Bréfritari: Benedikt Hálfdanarson
Dagsetning: A-1904-06-21
Skrifað á: Vesturheimi

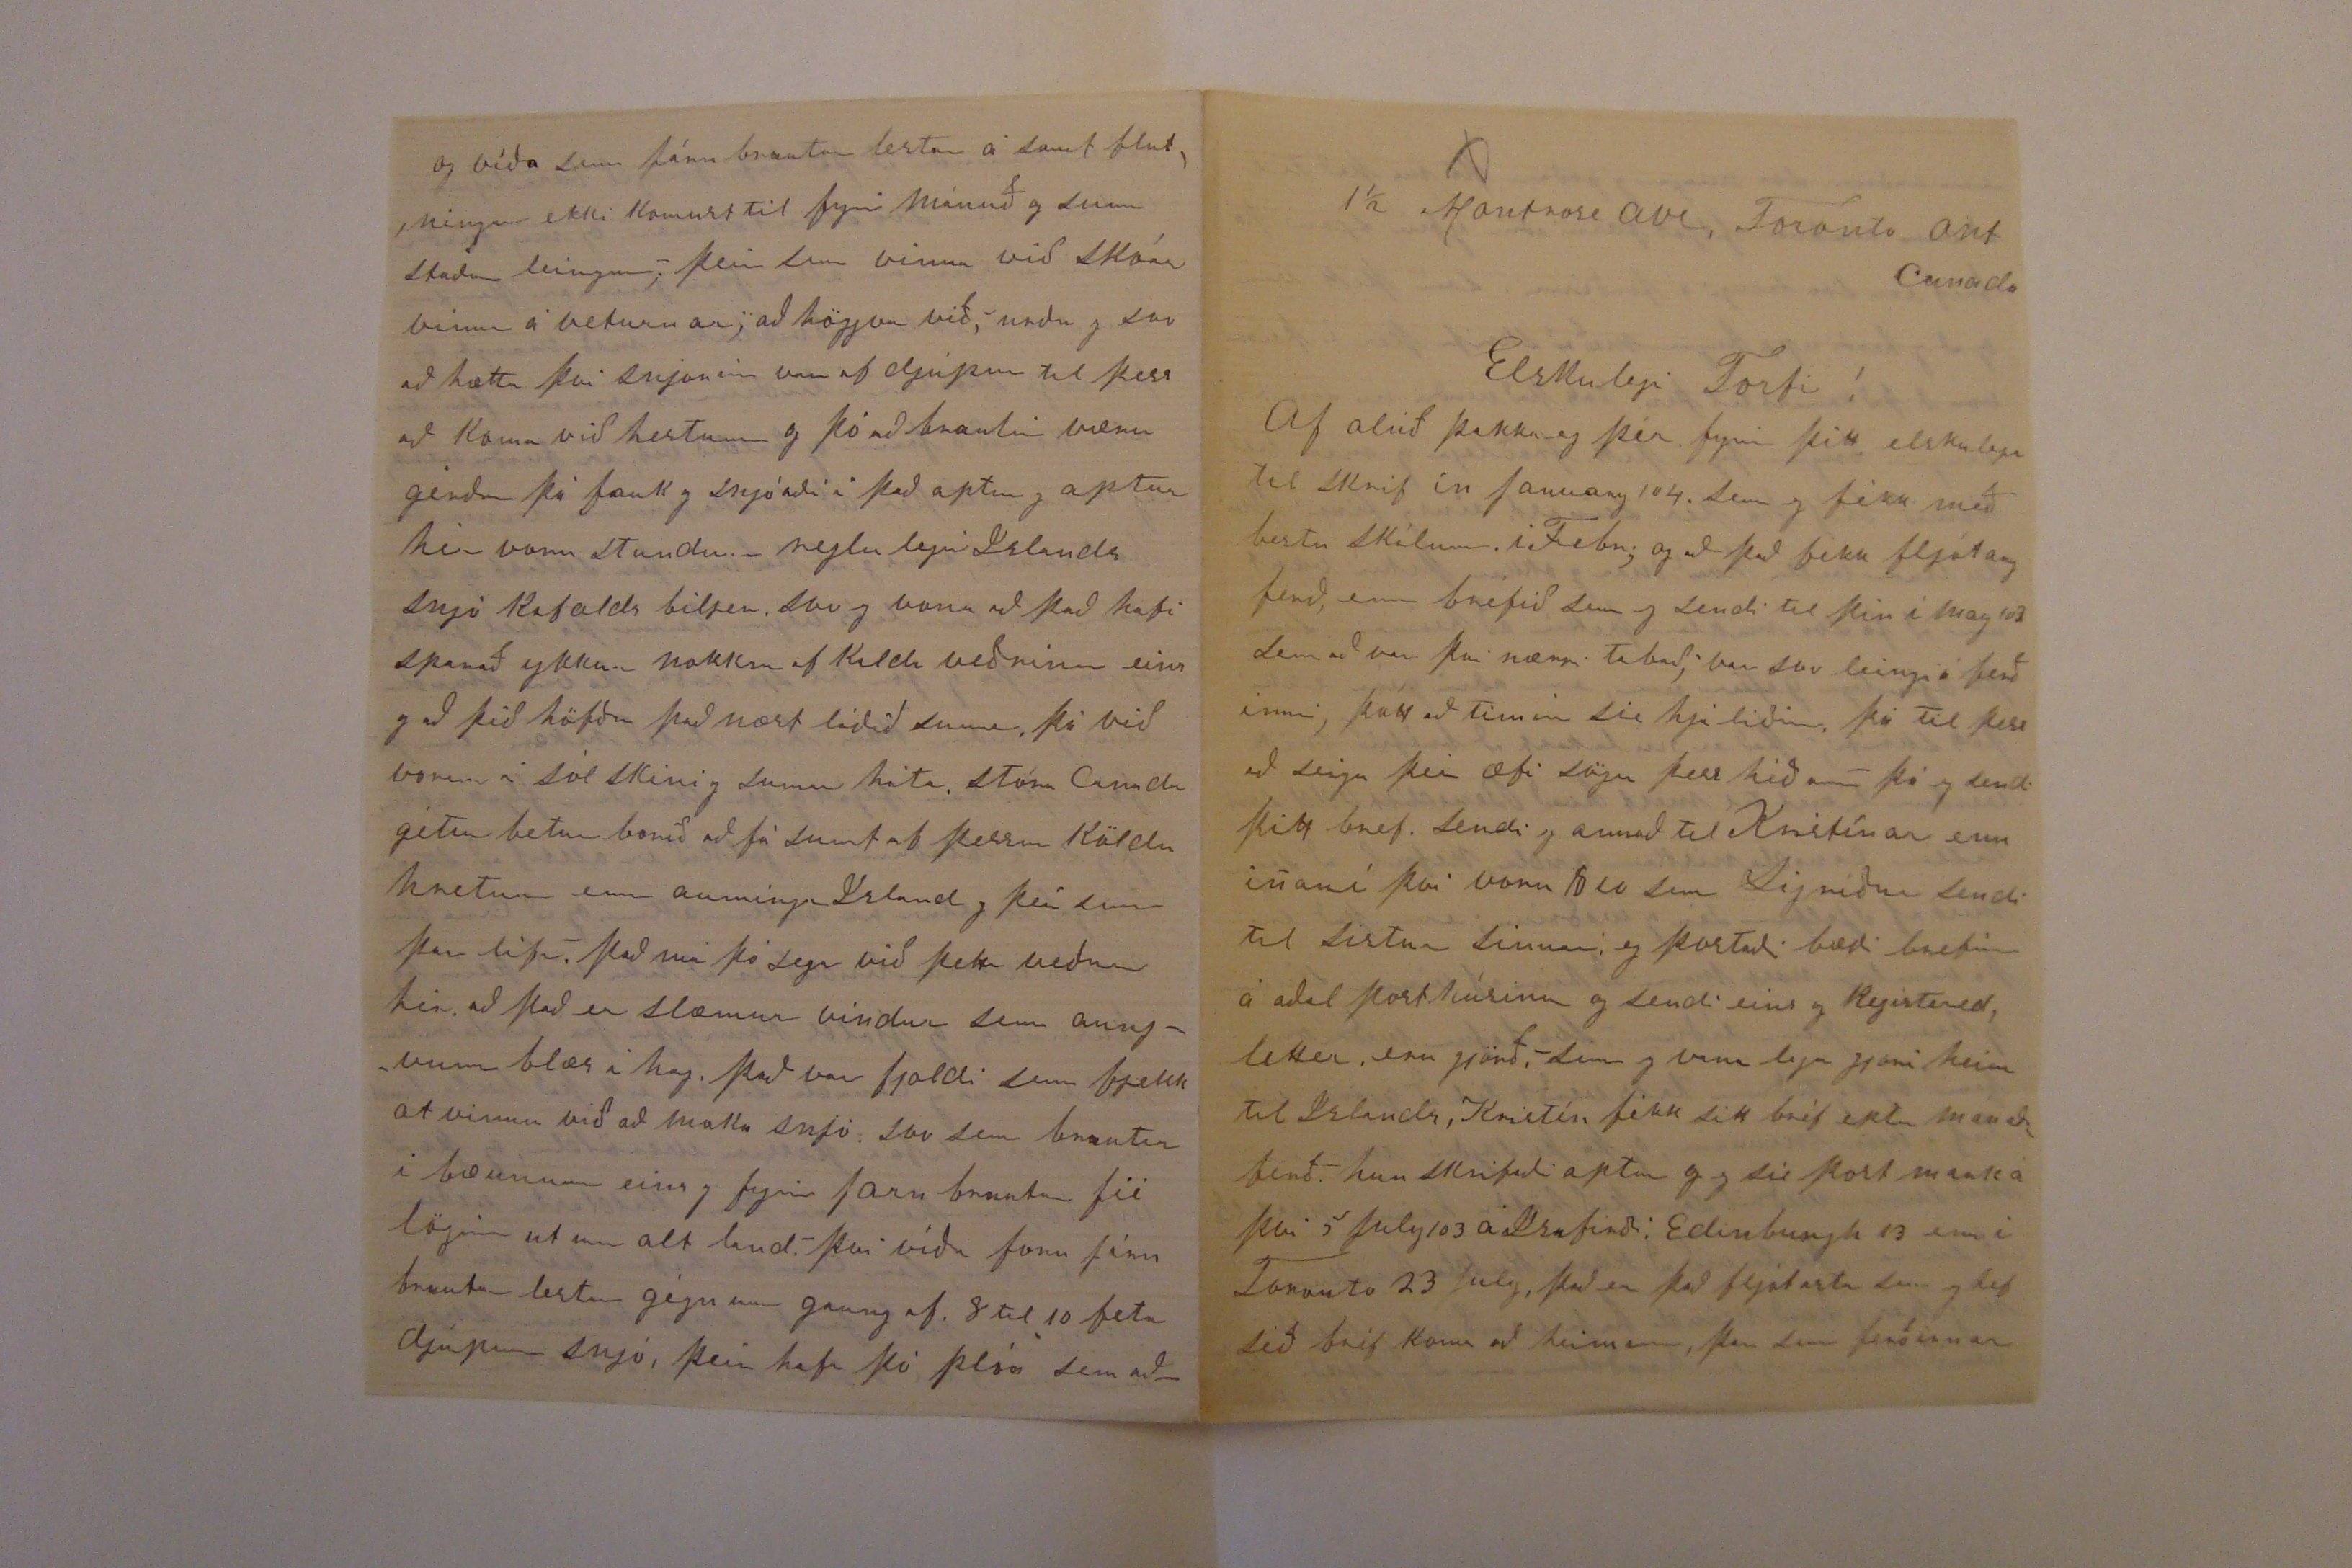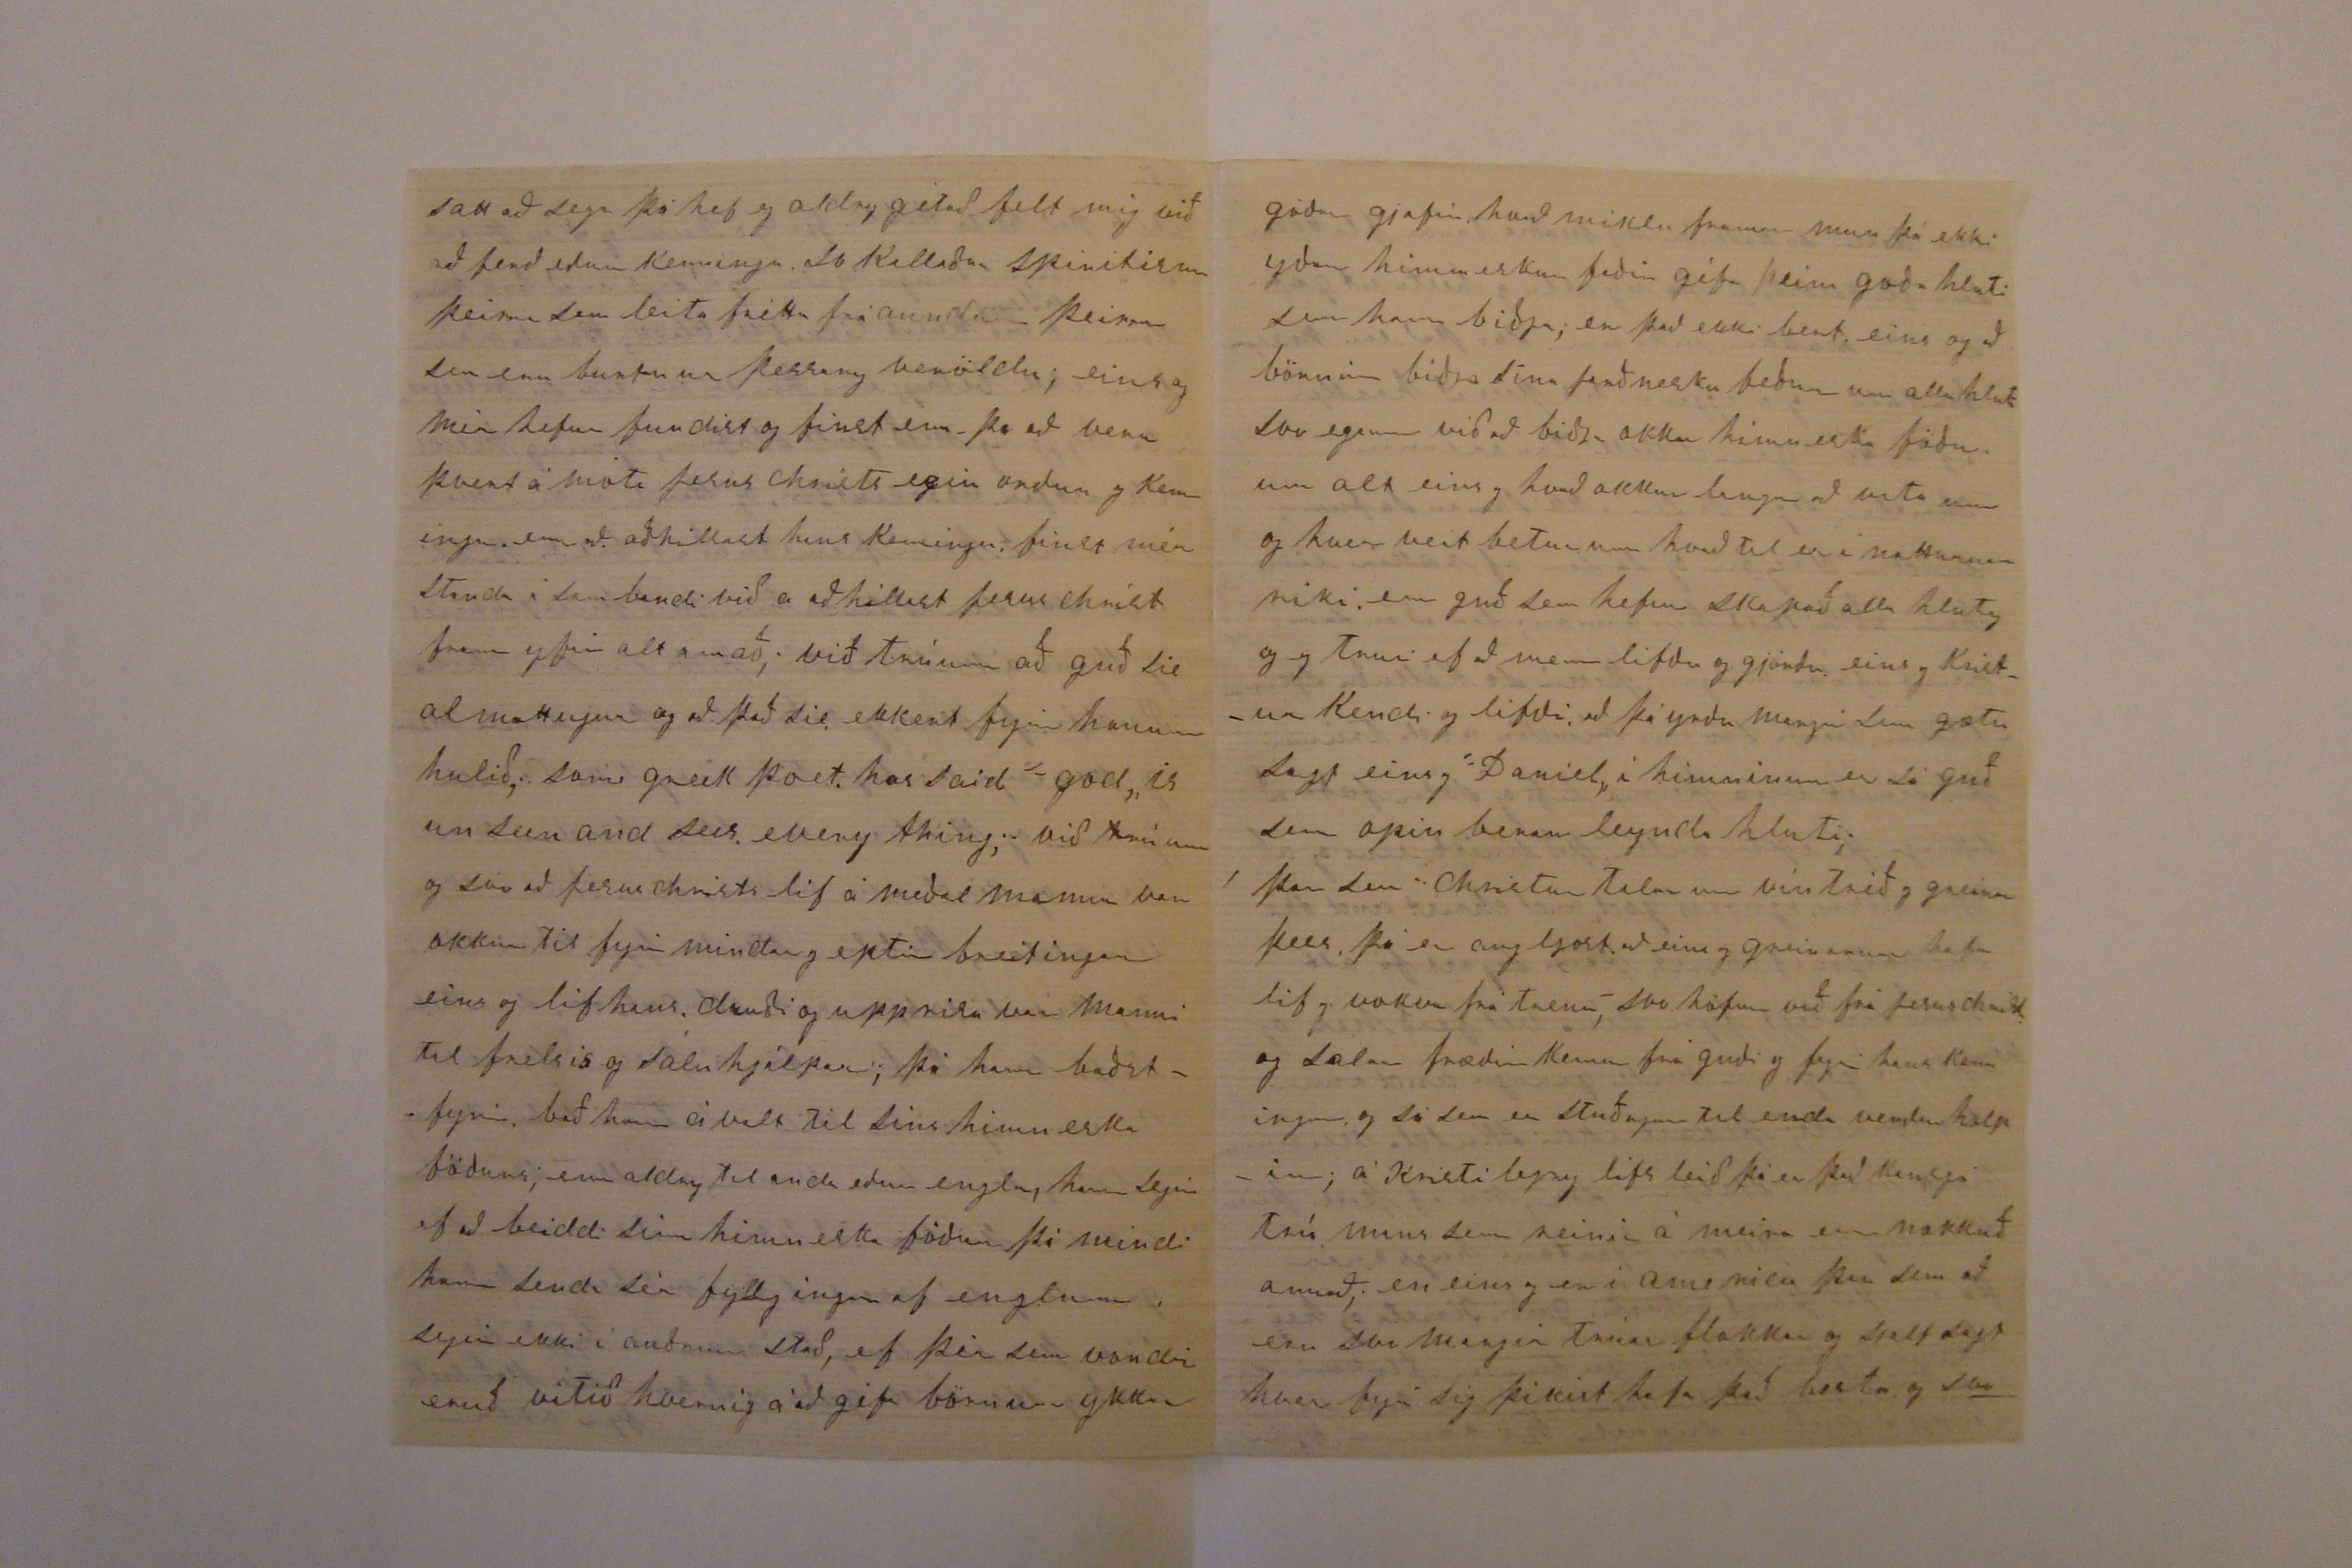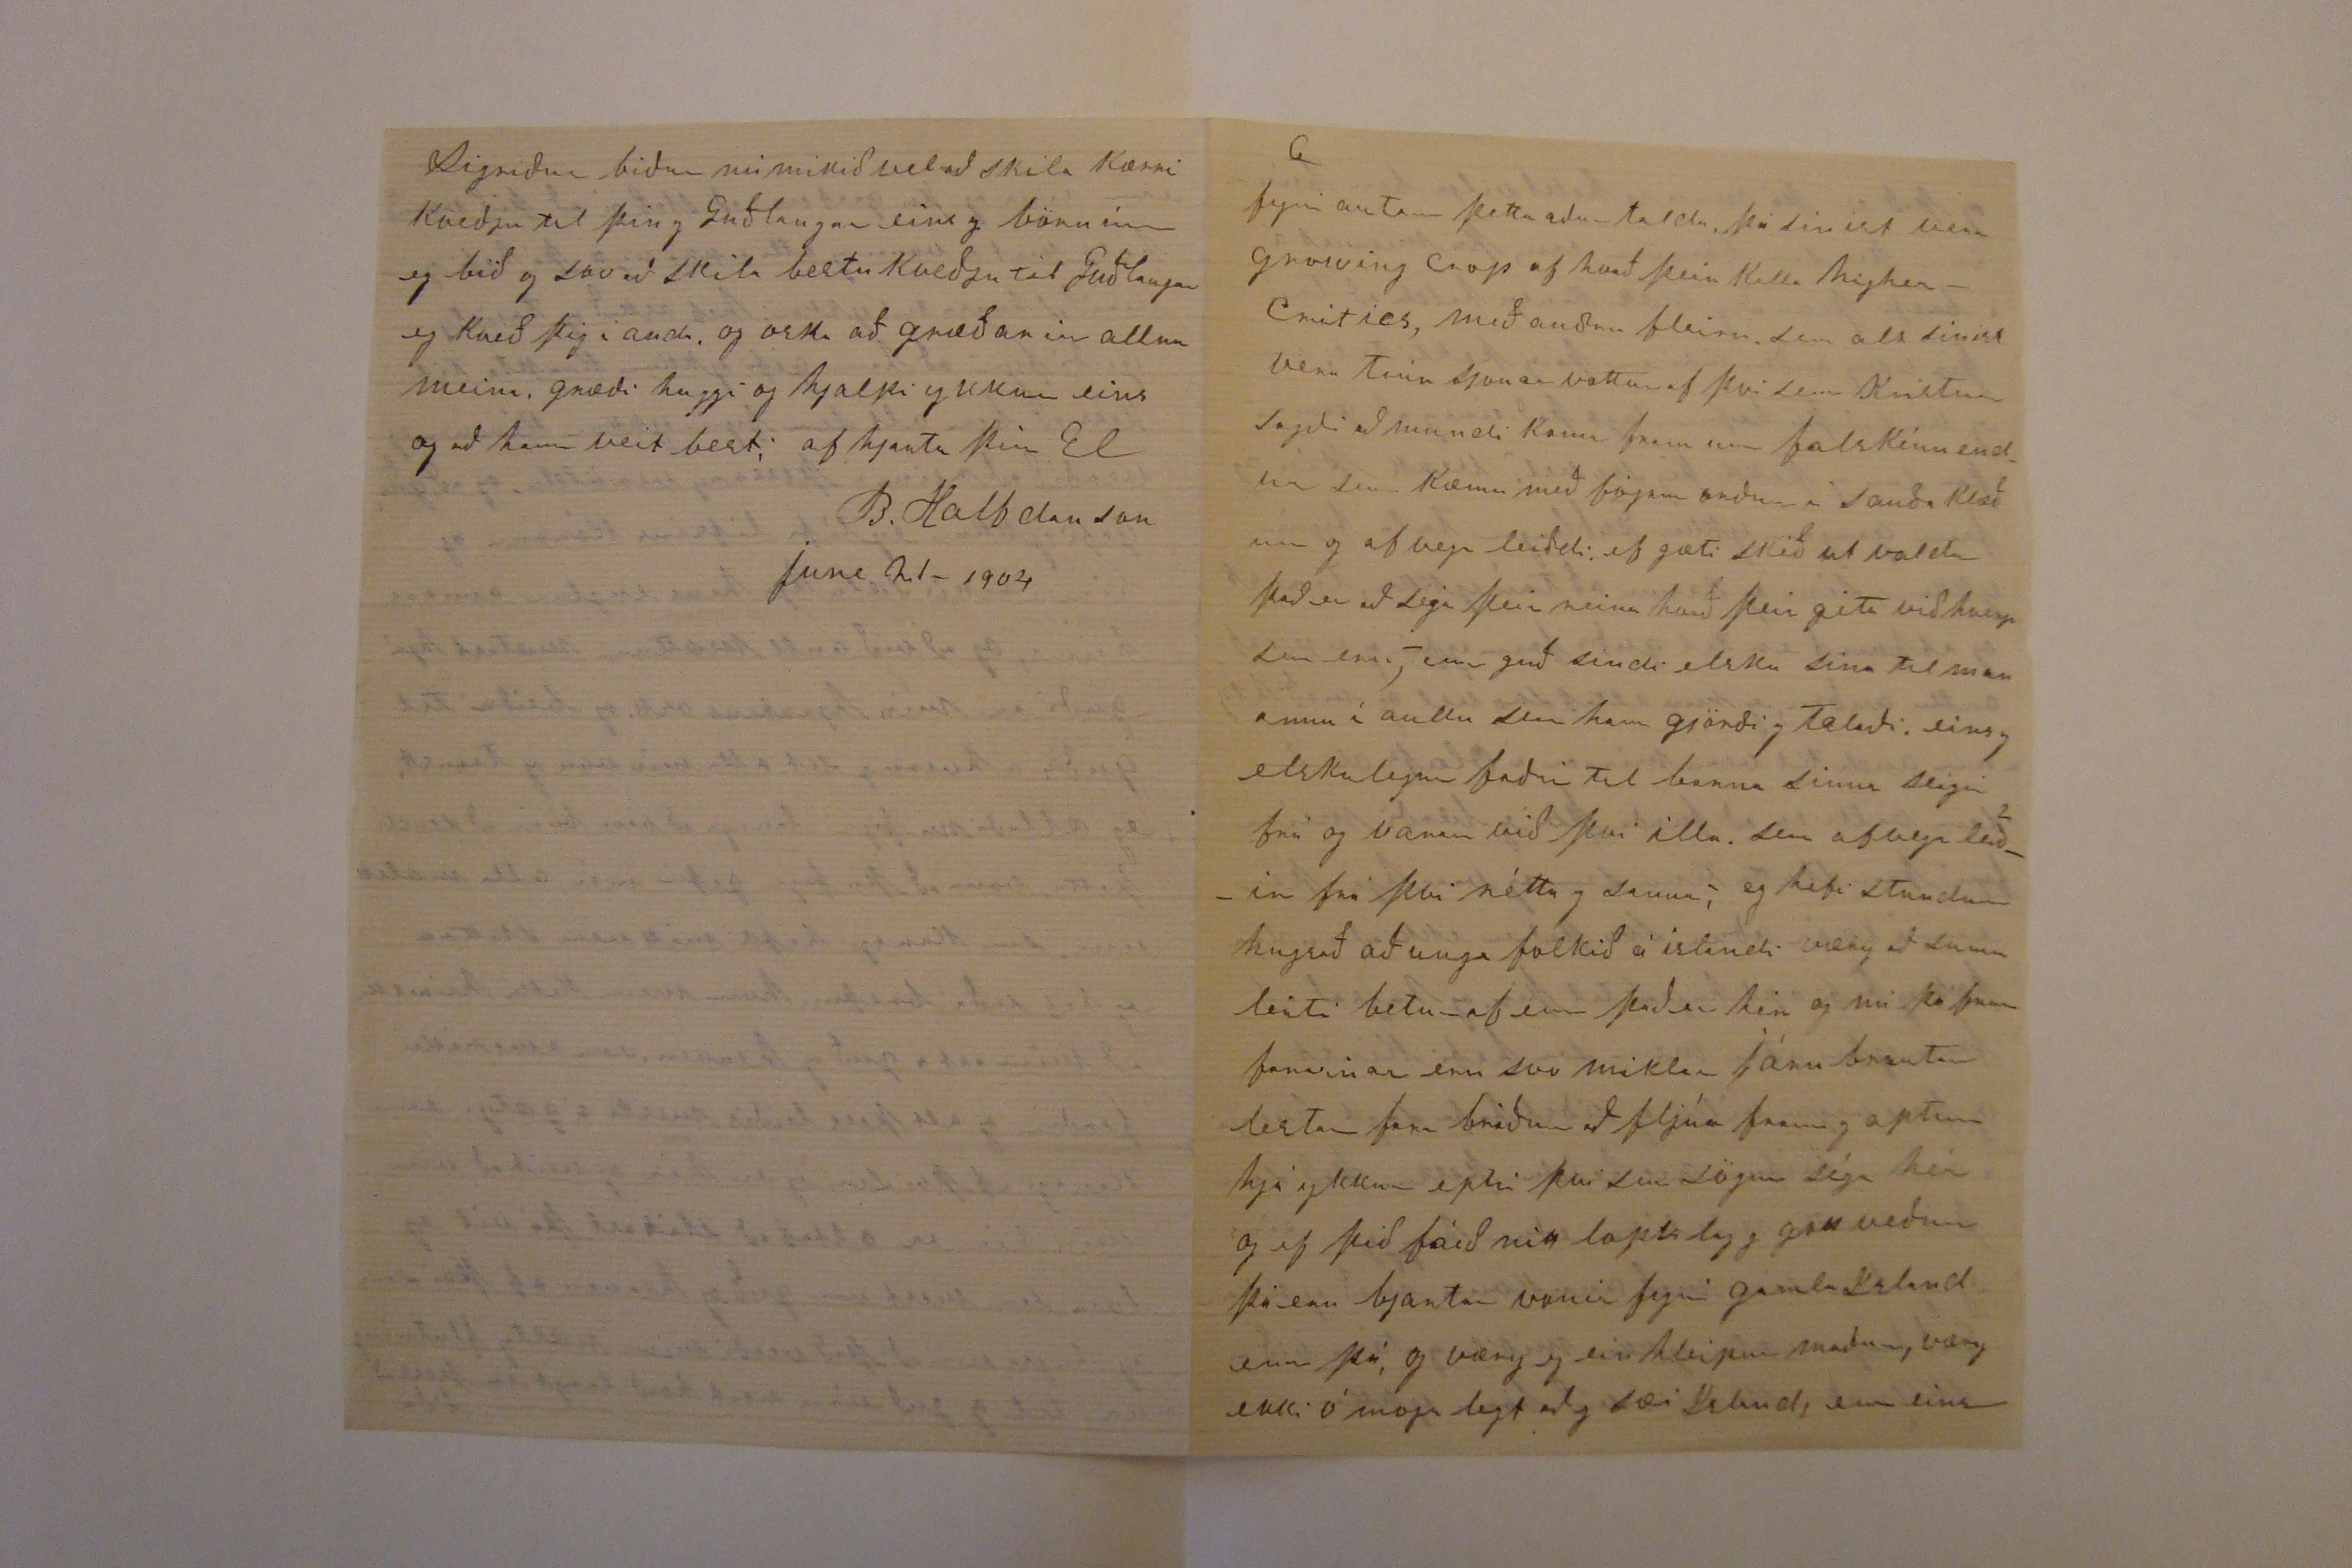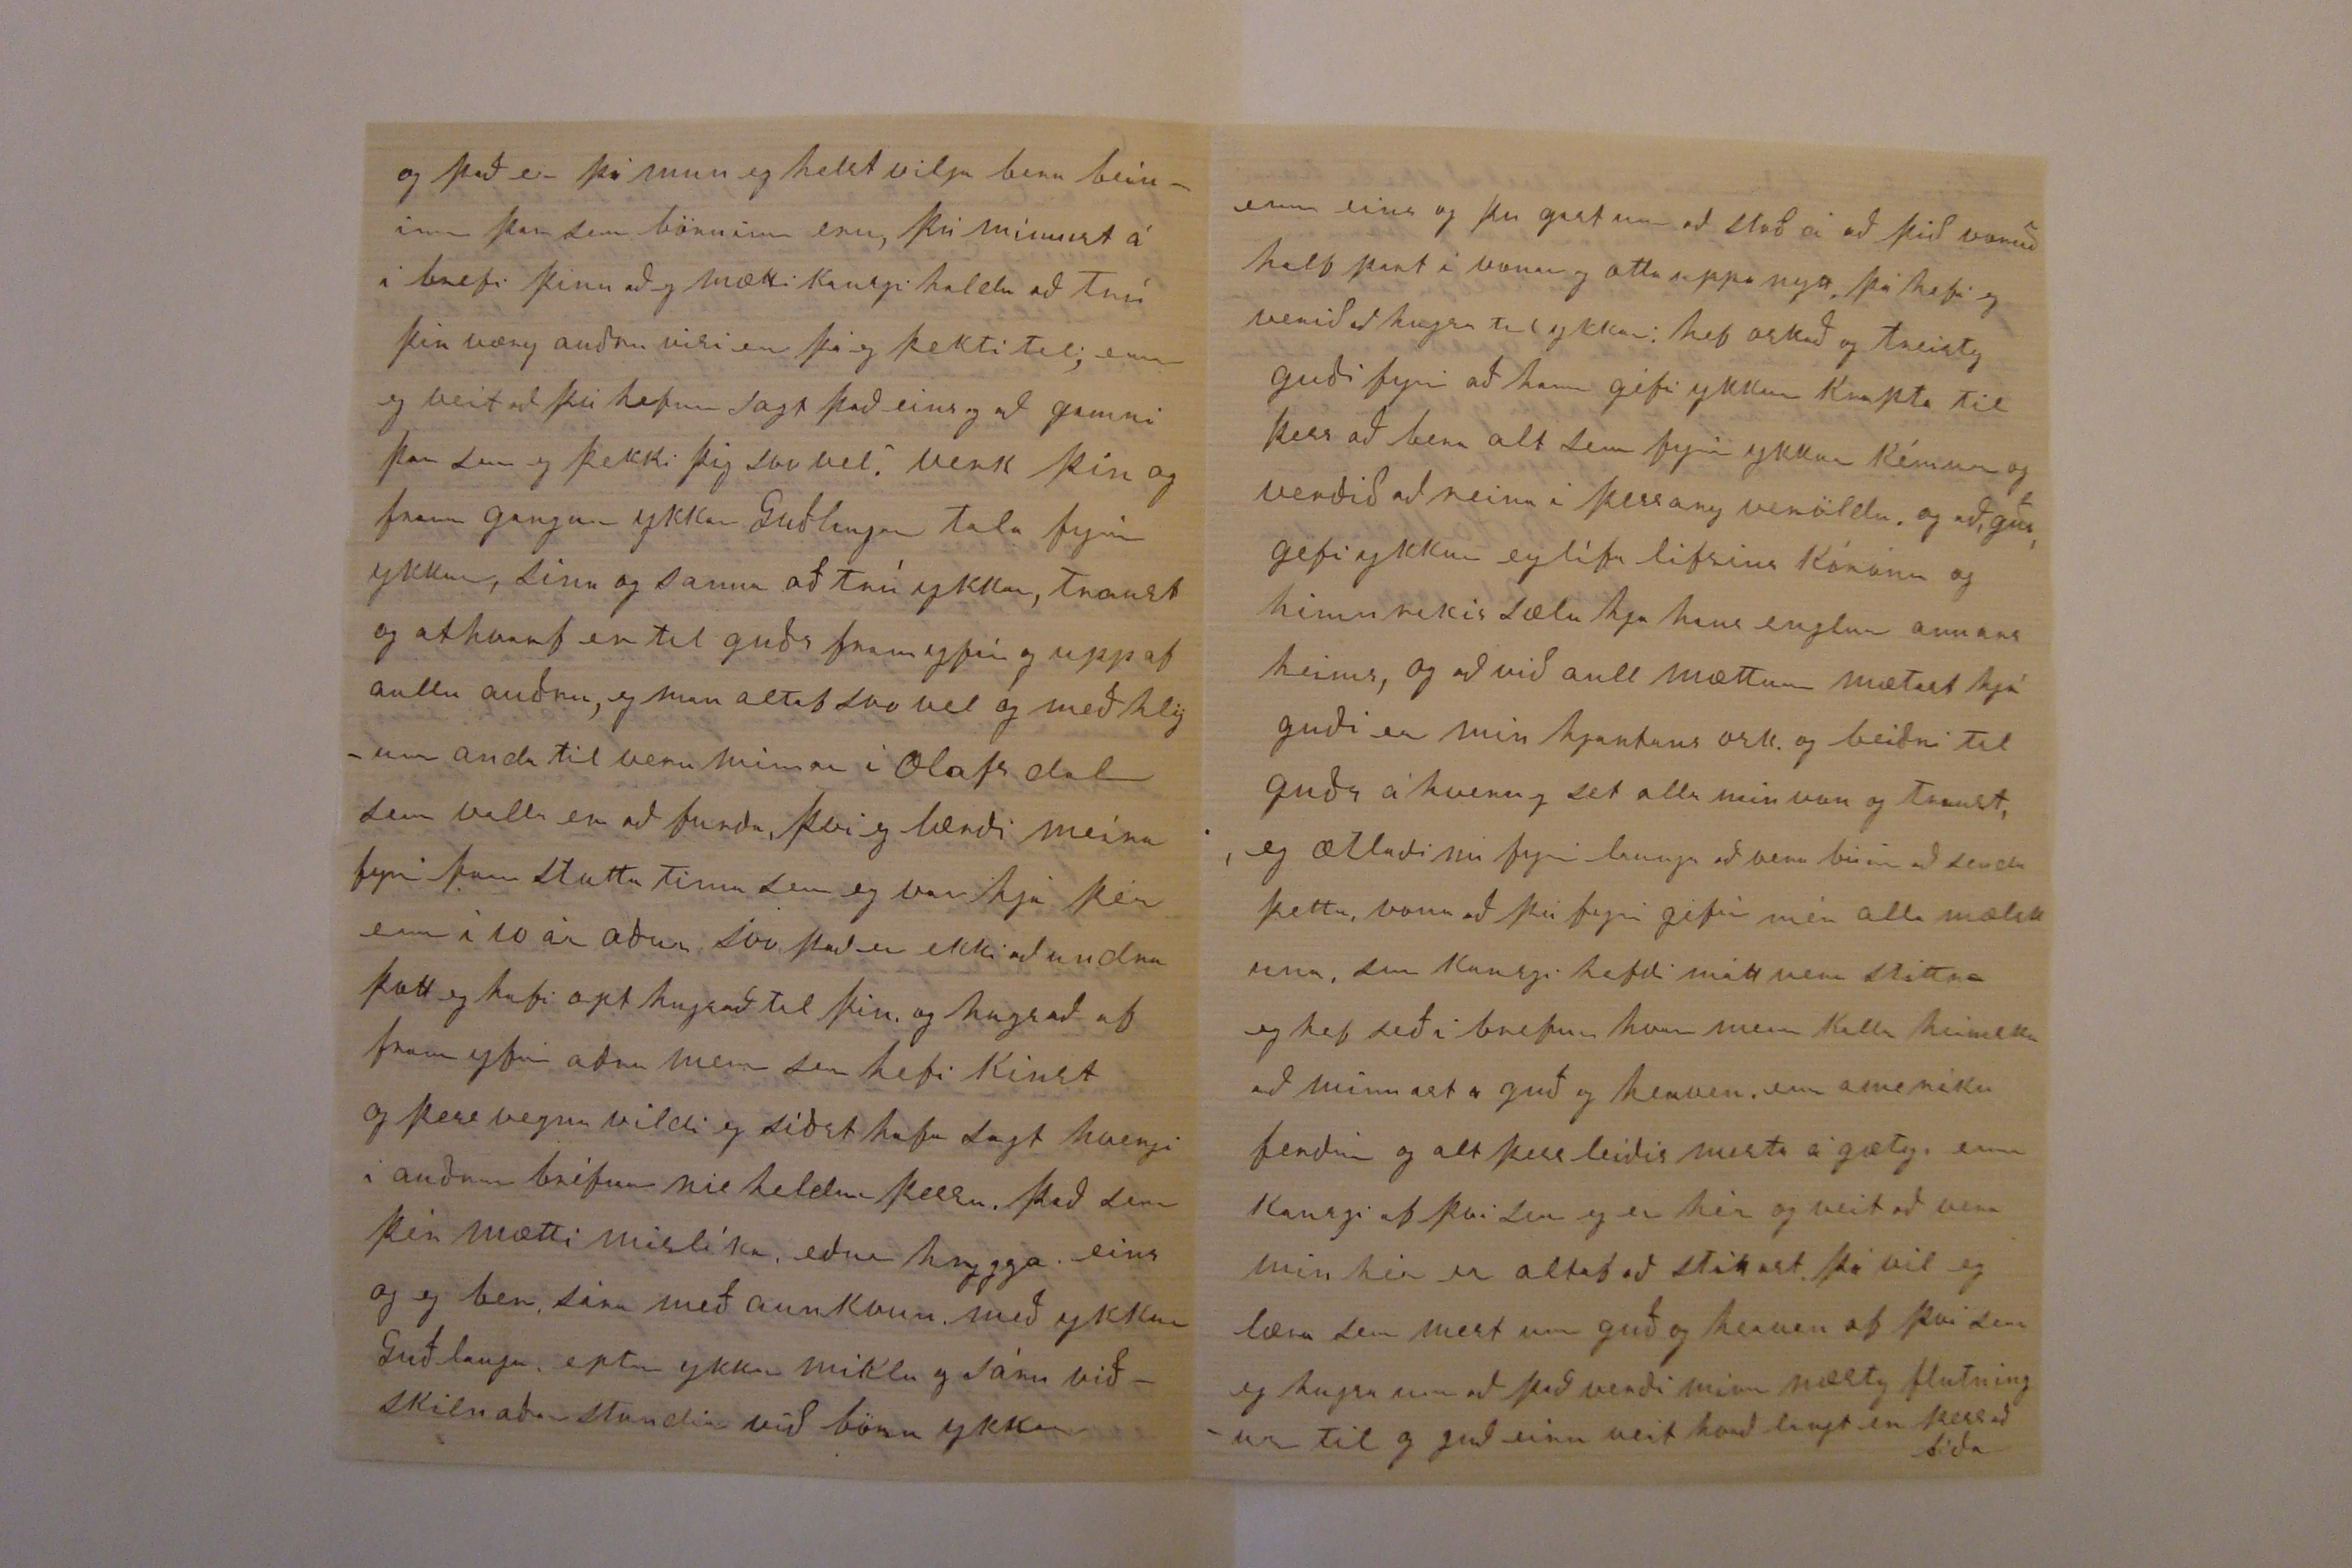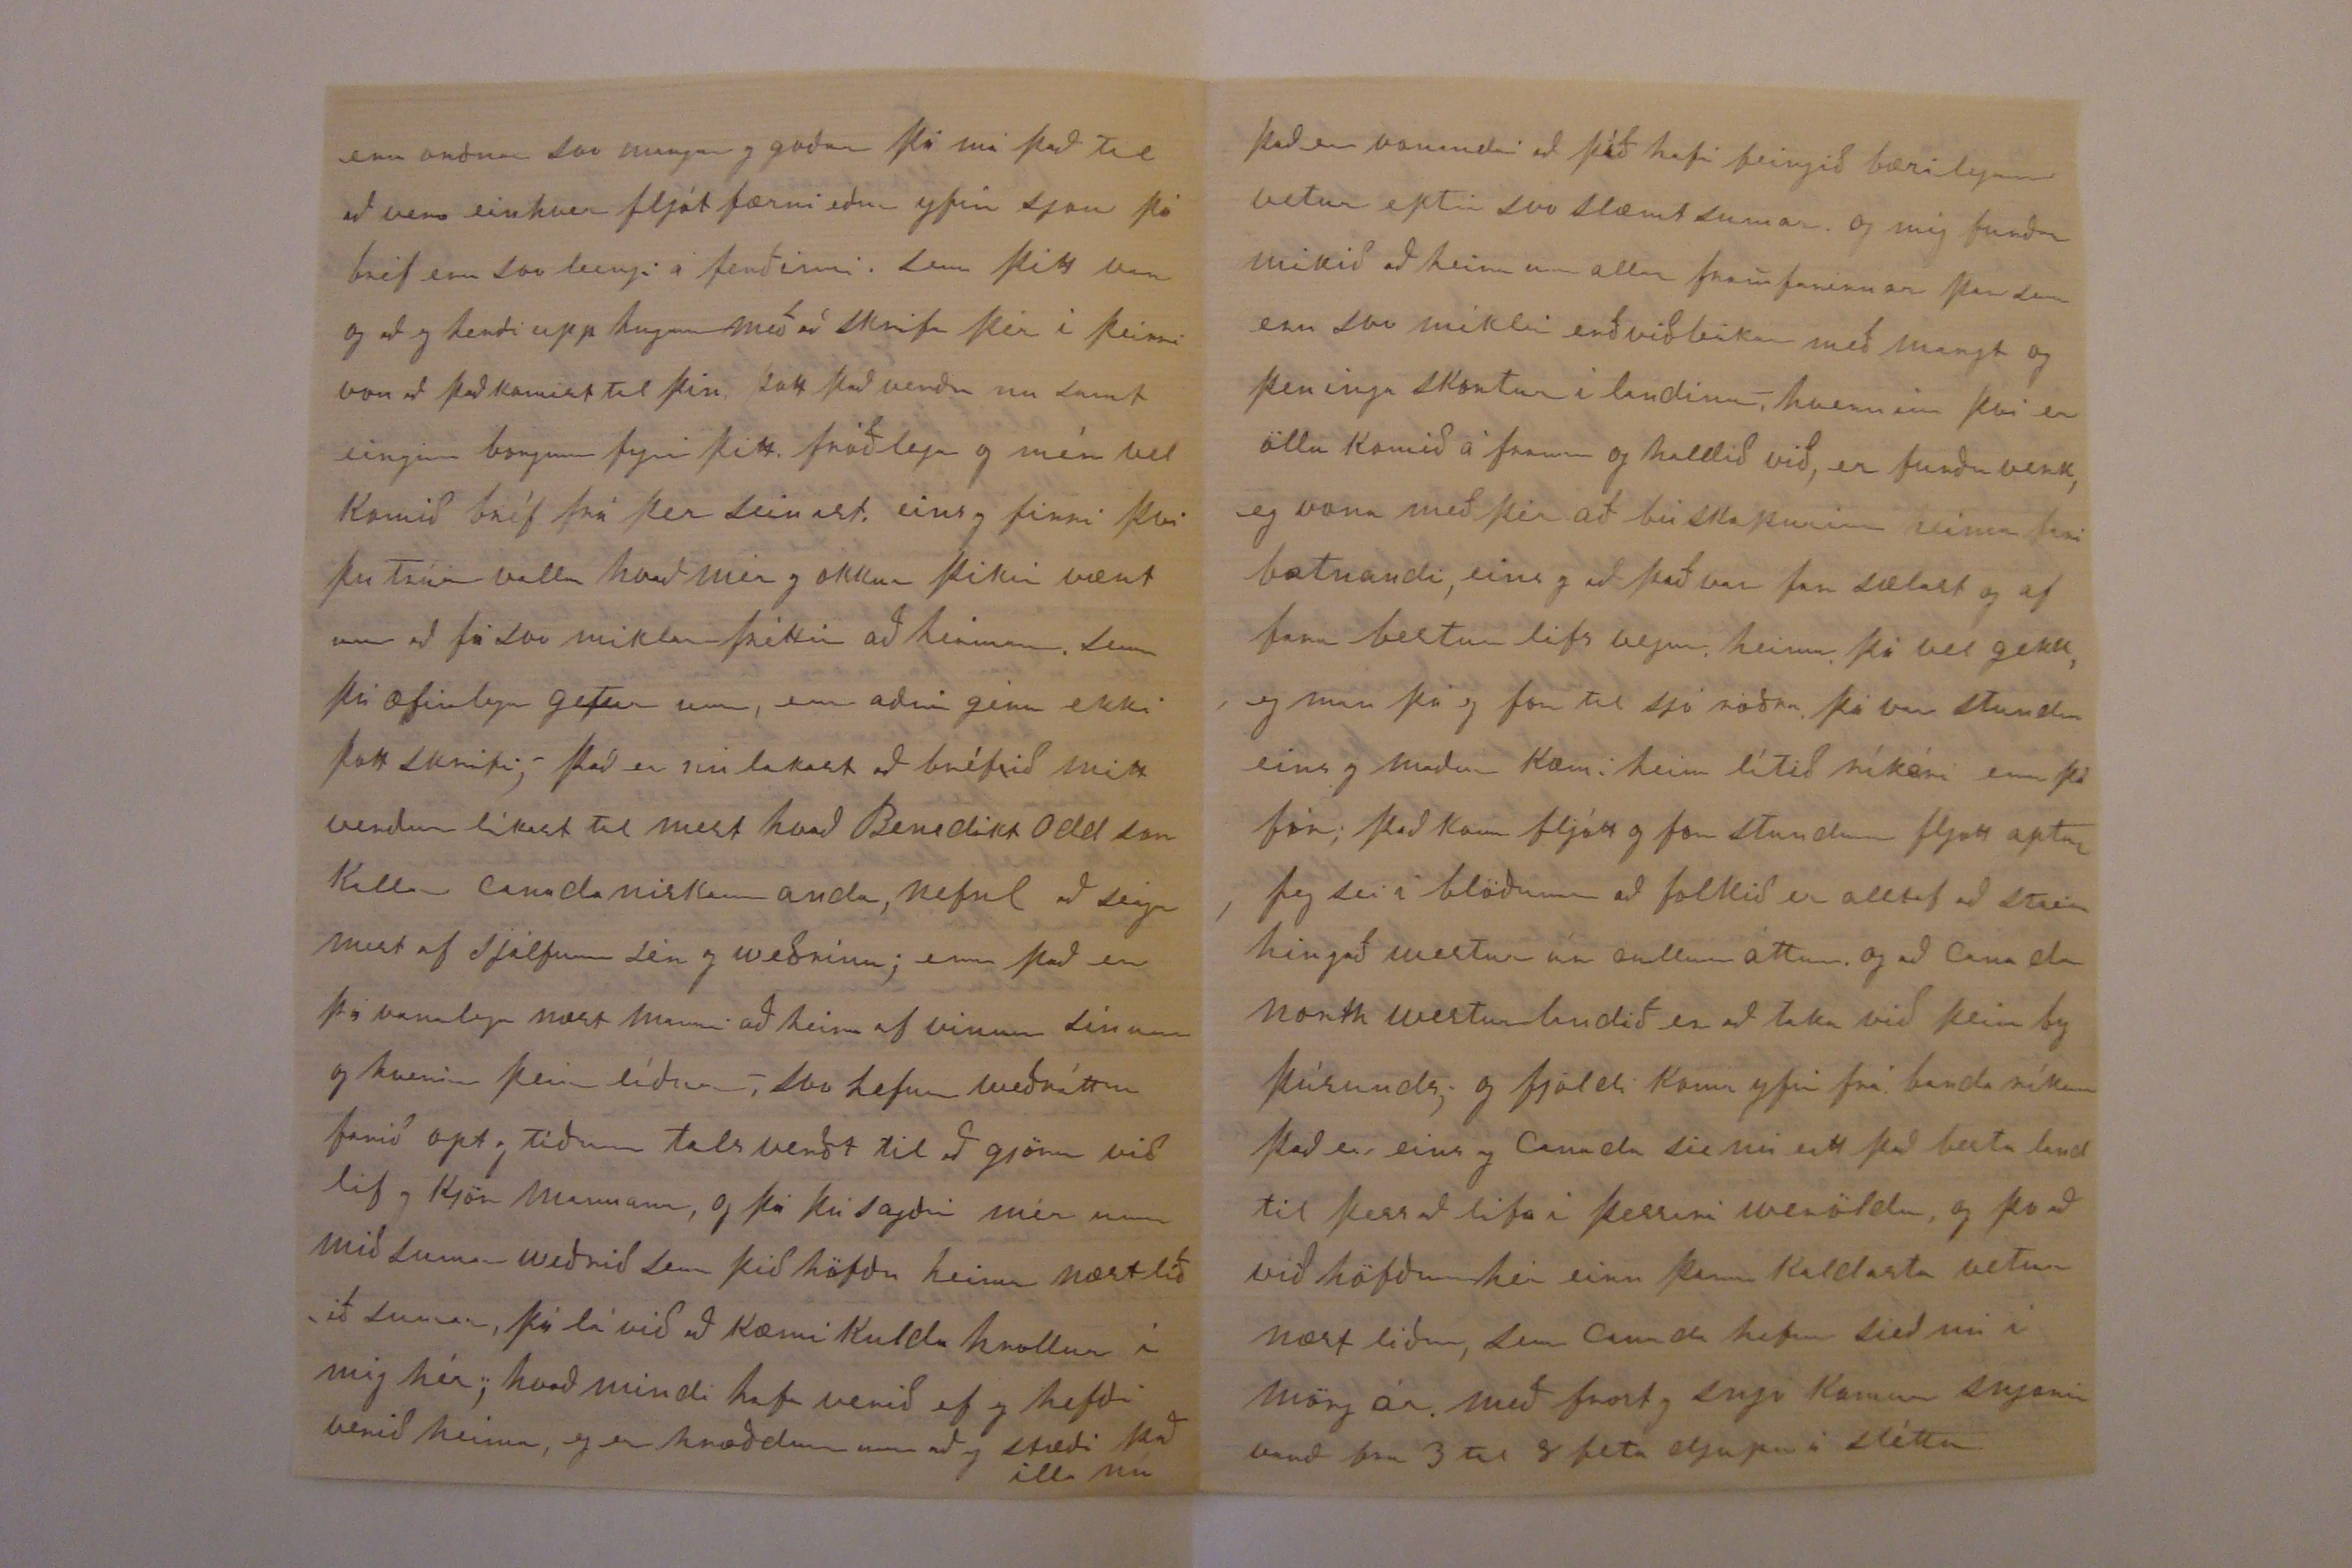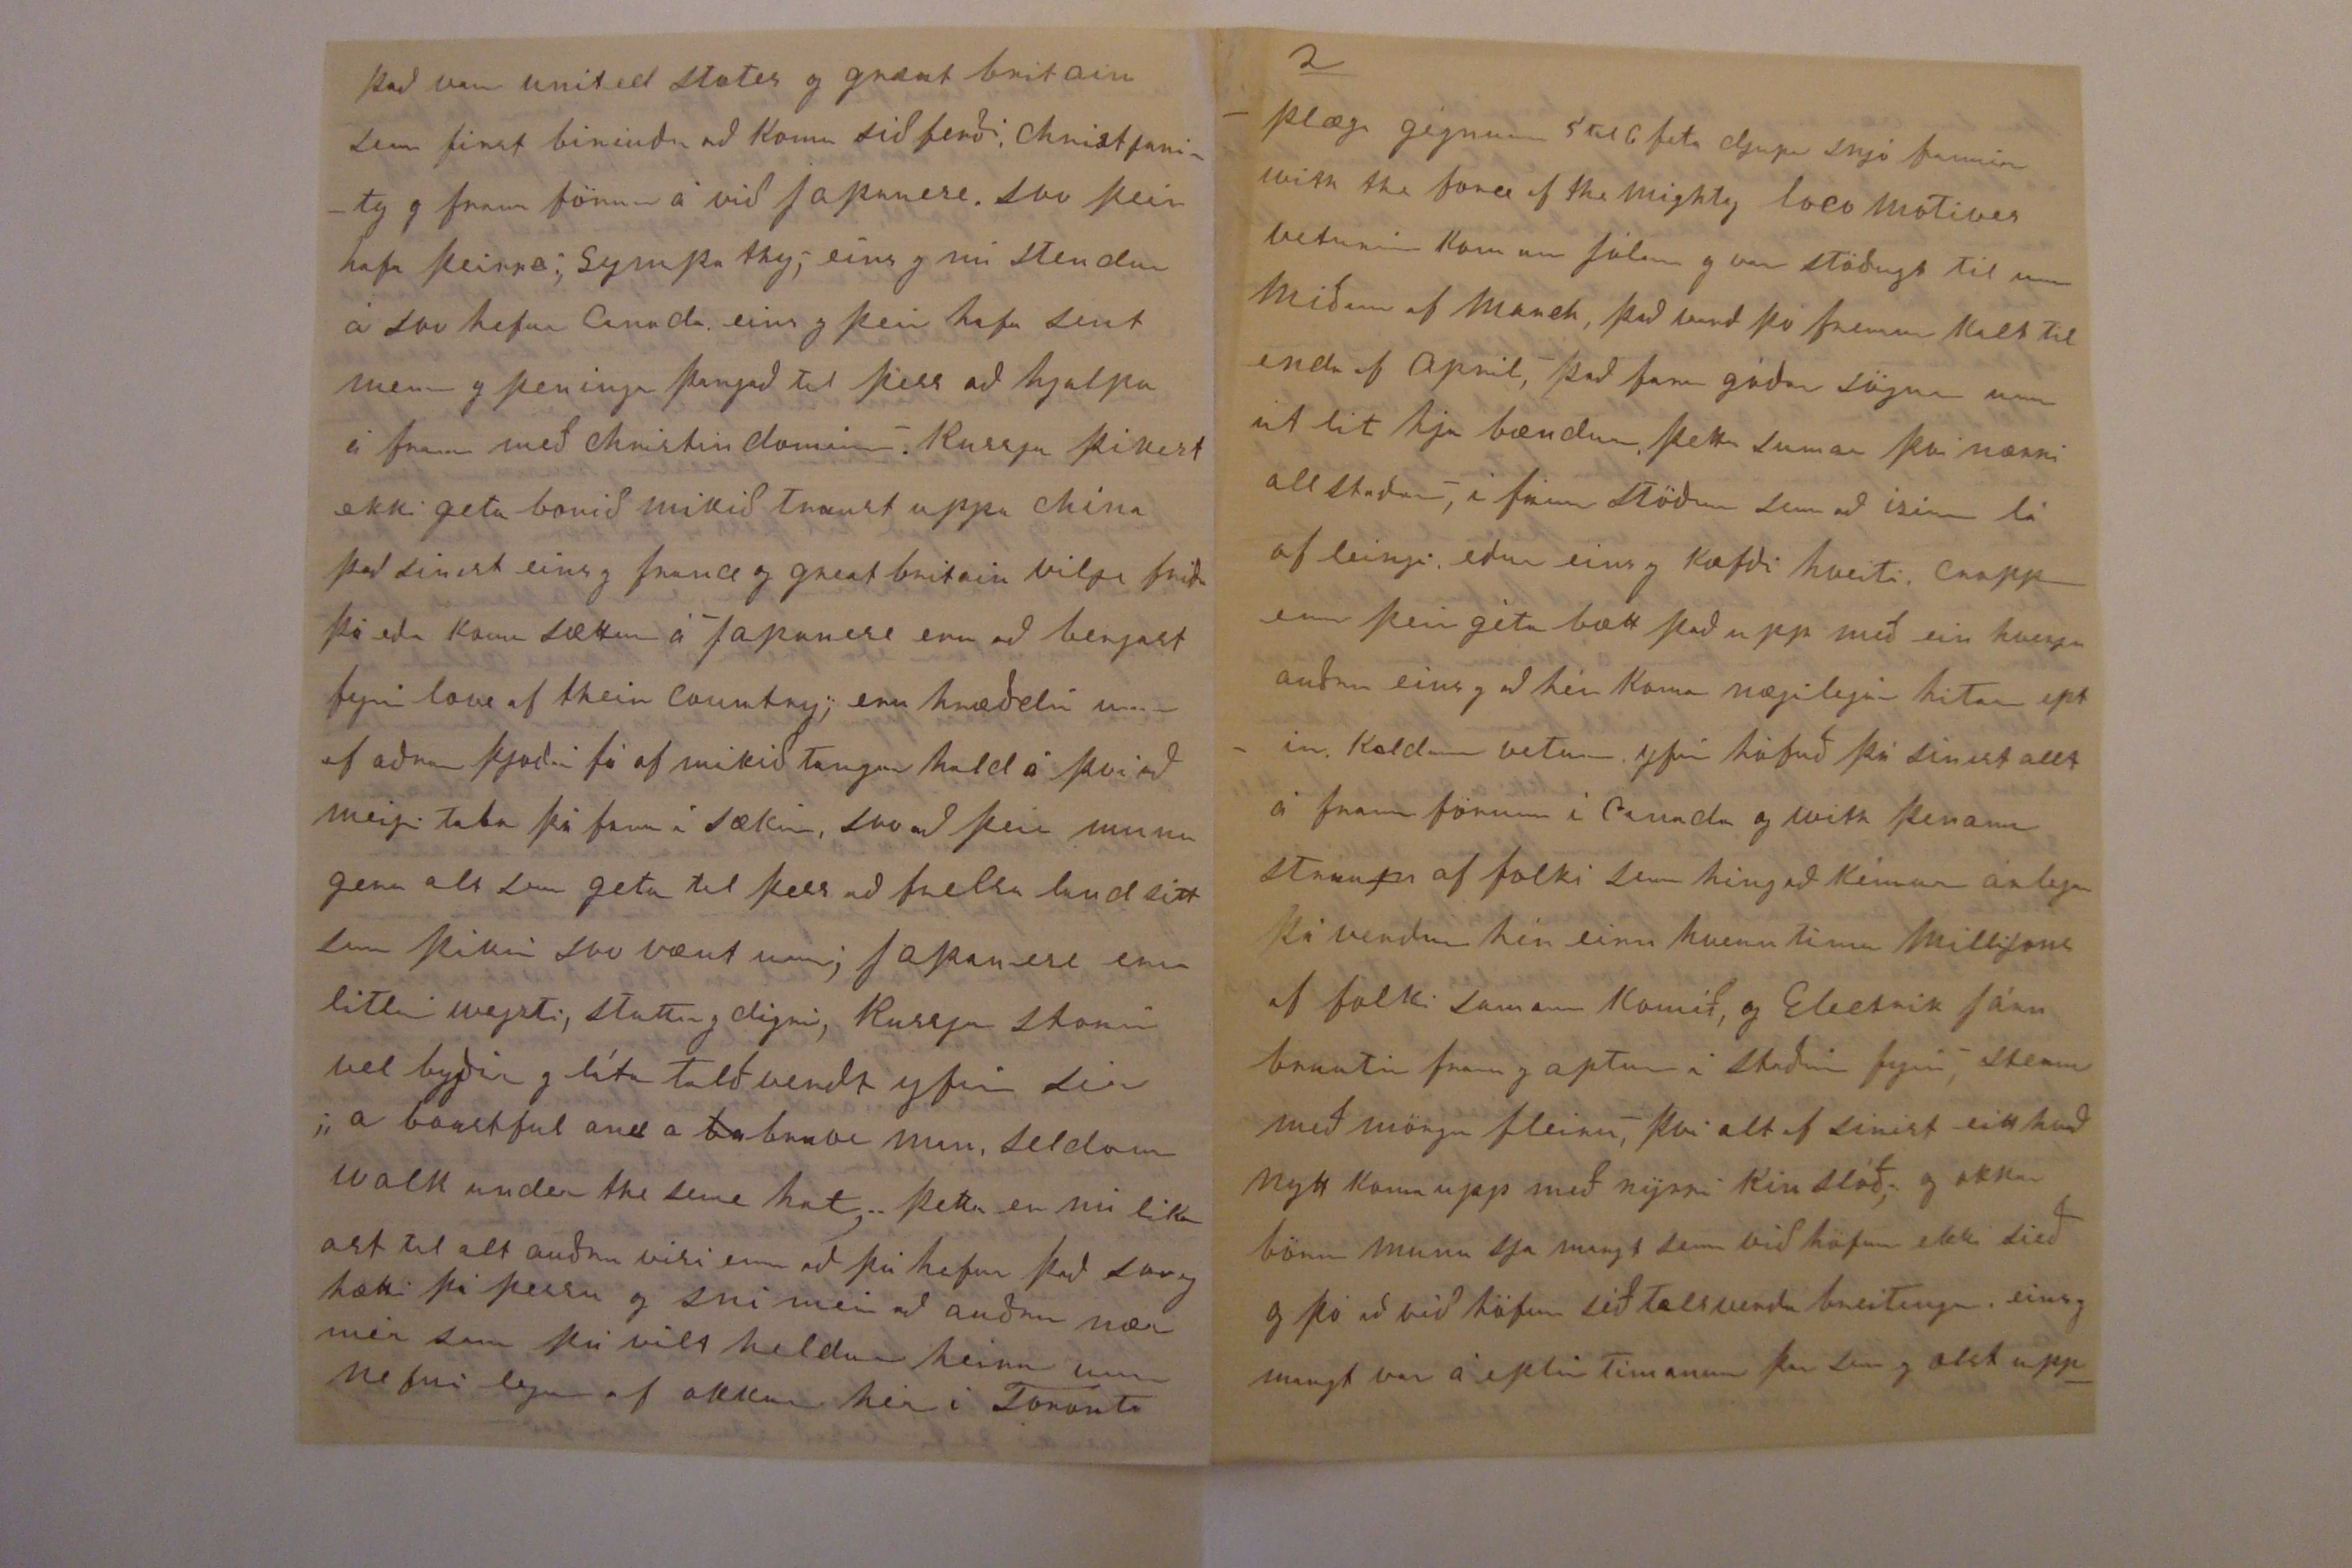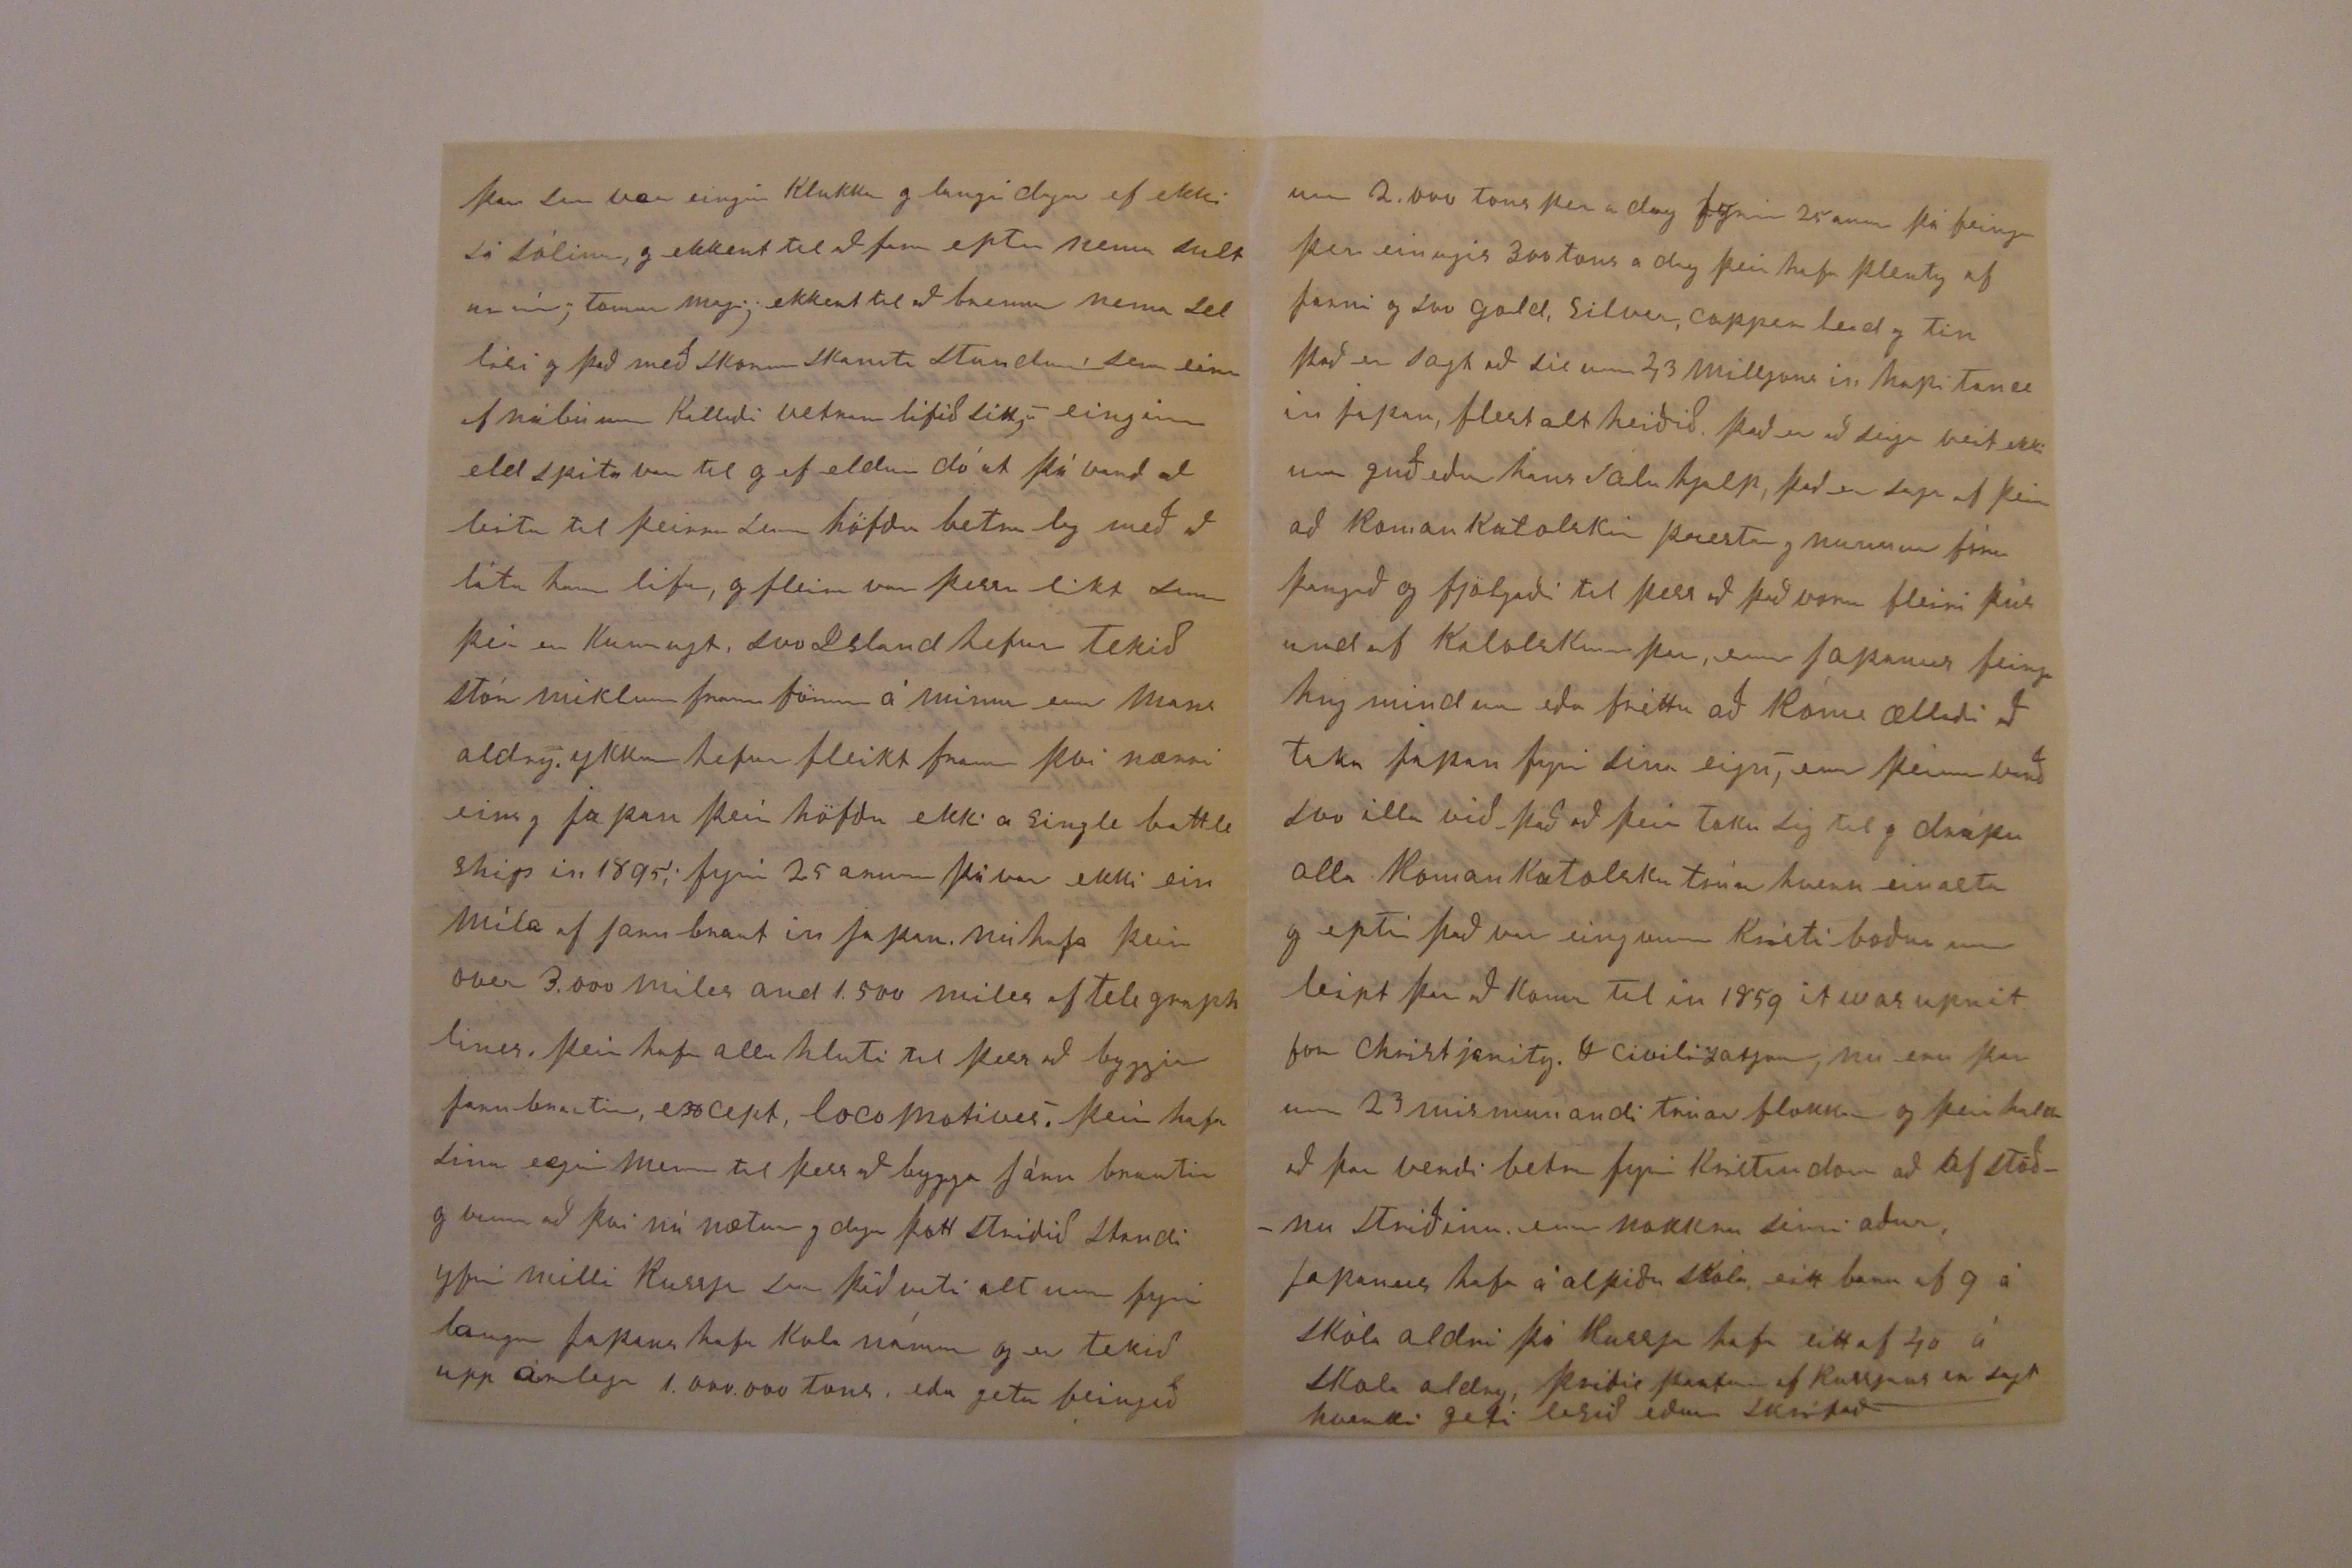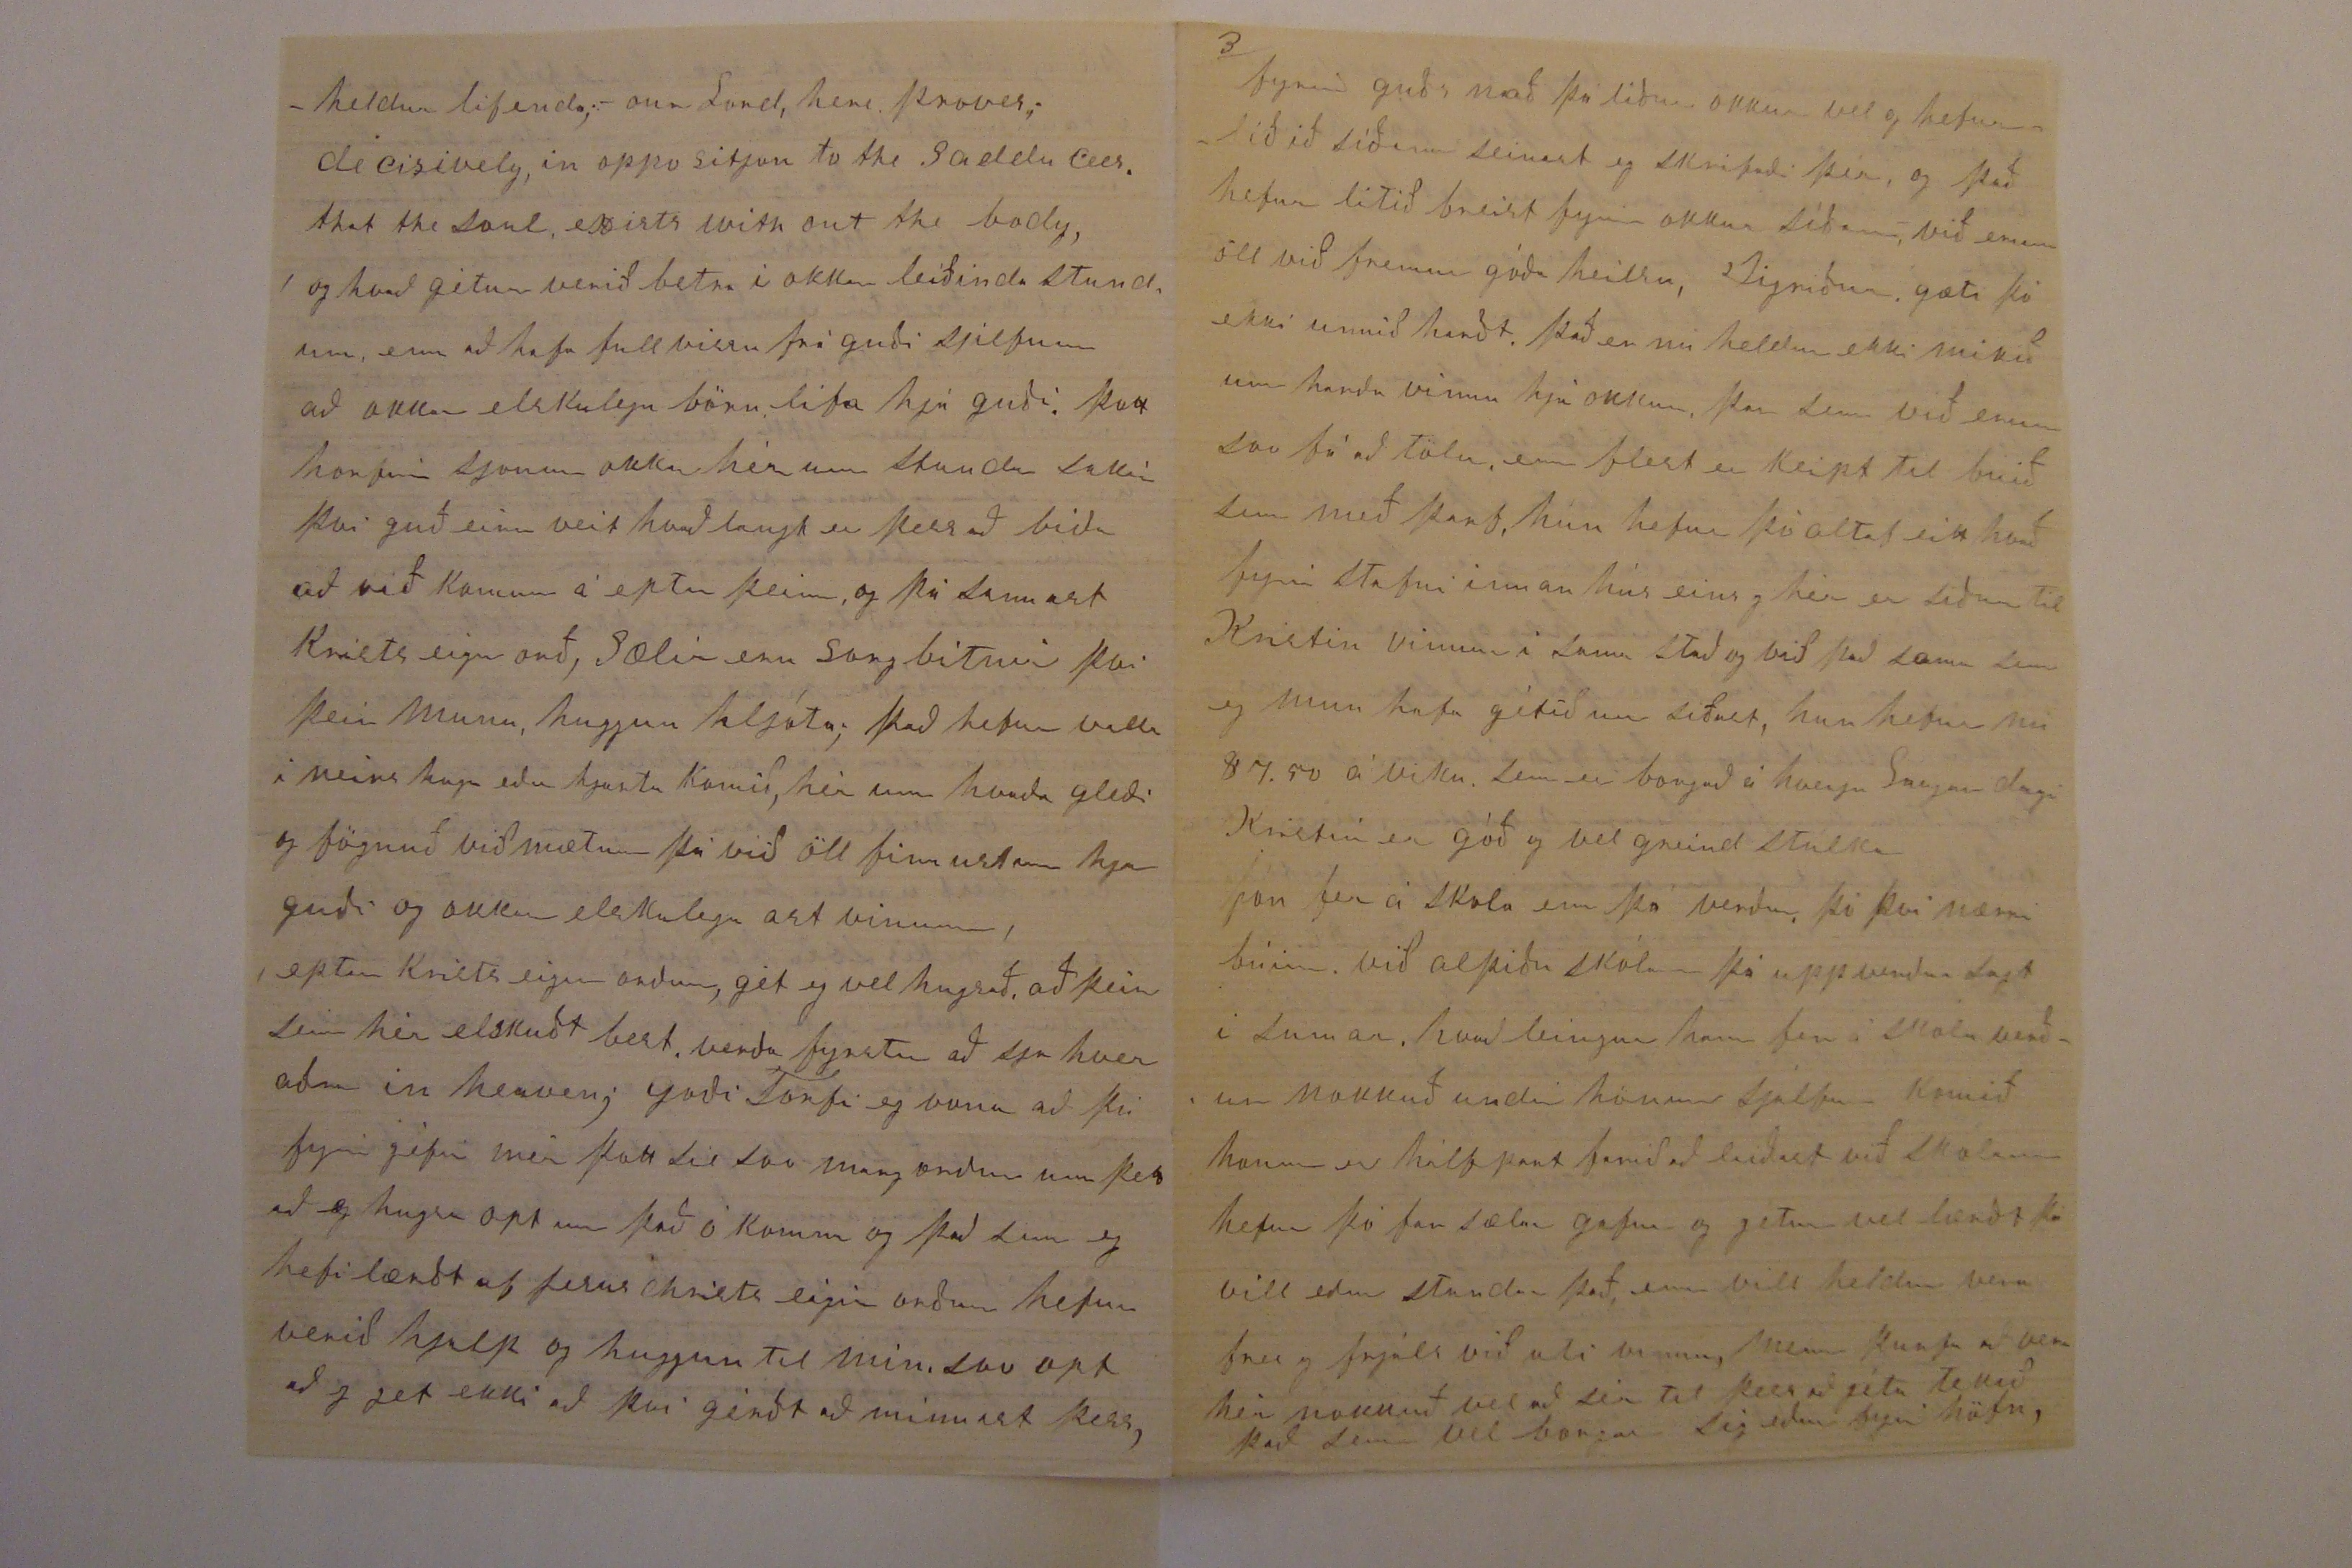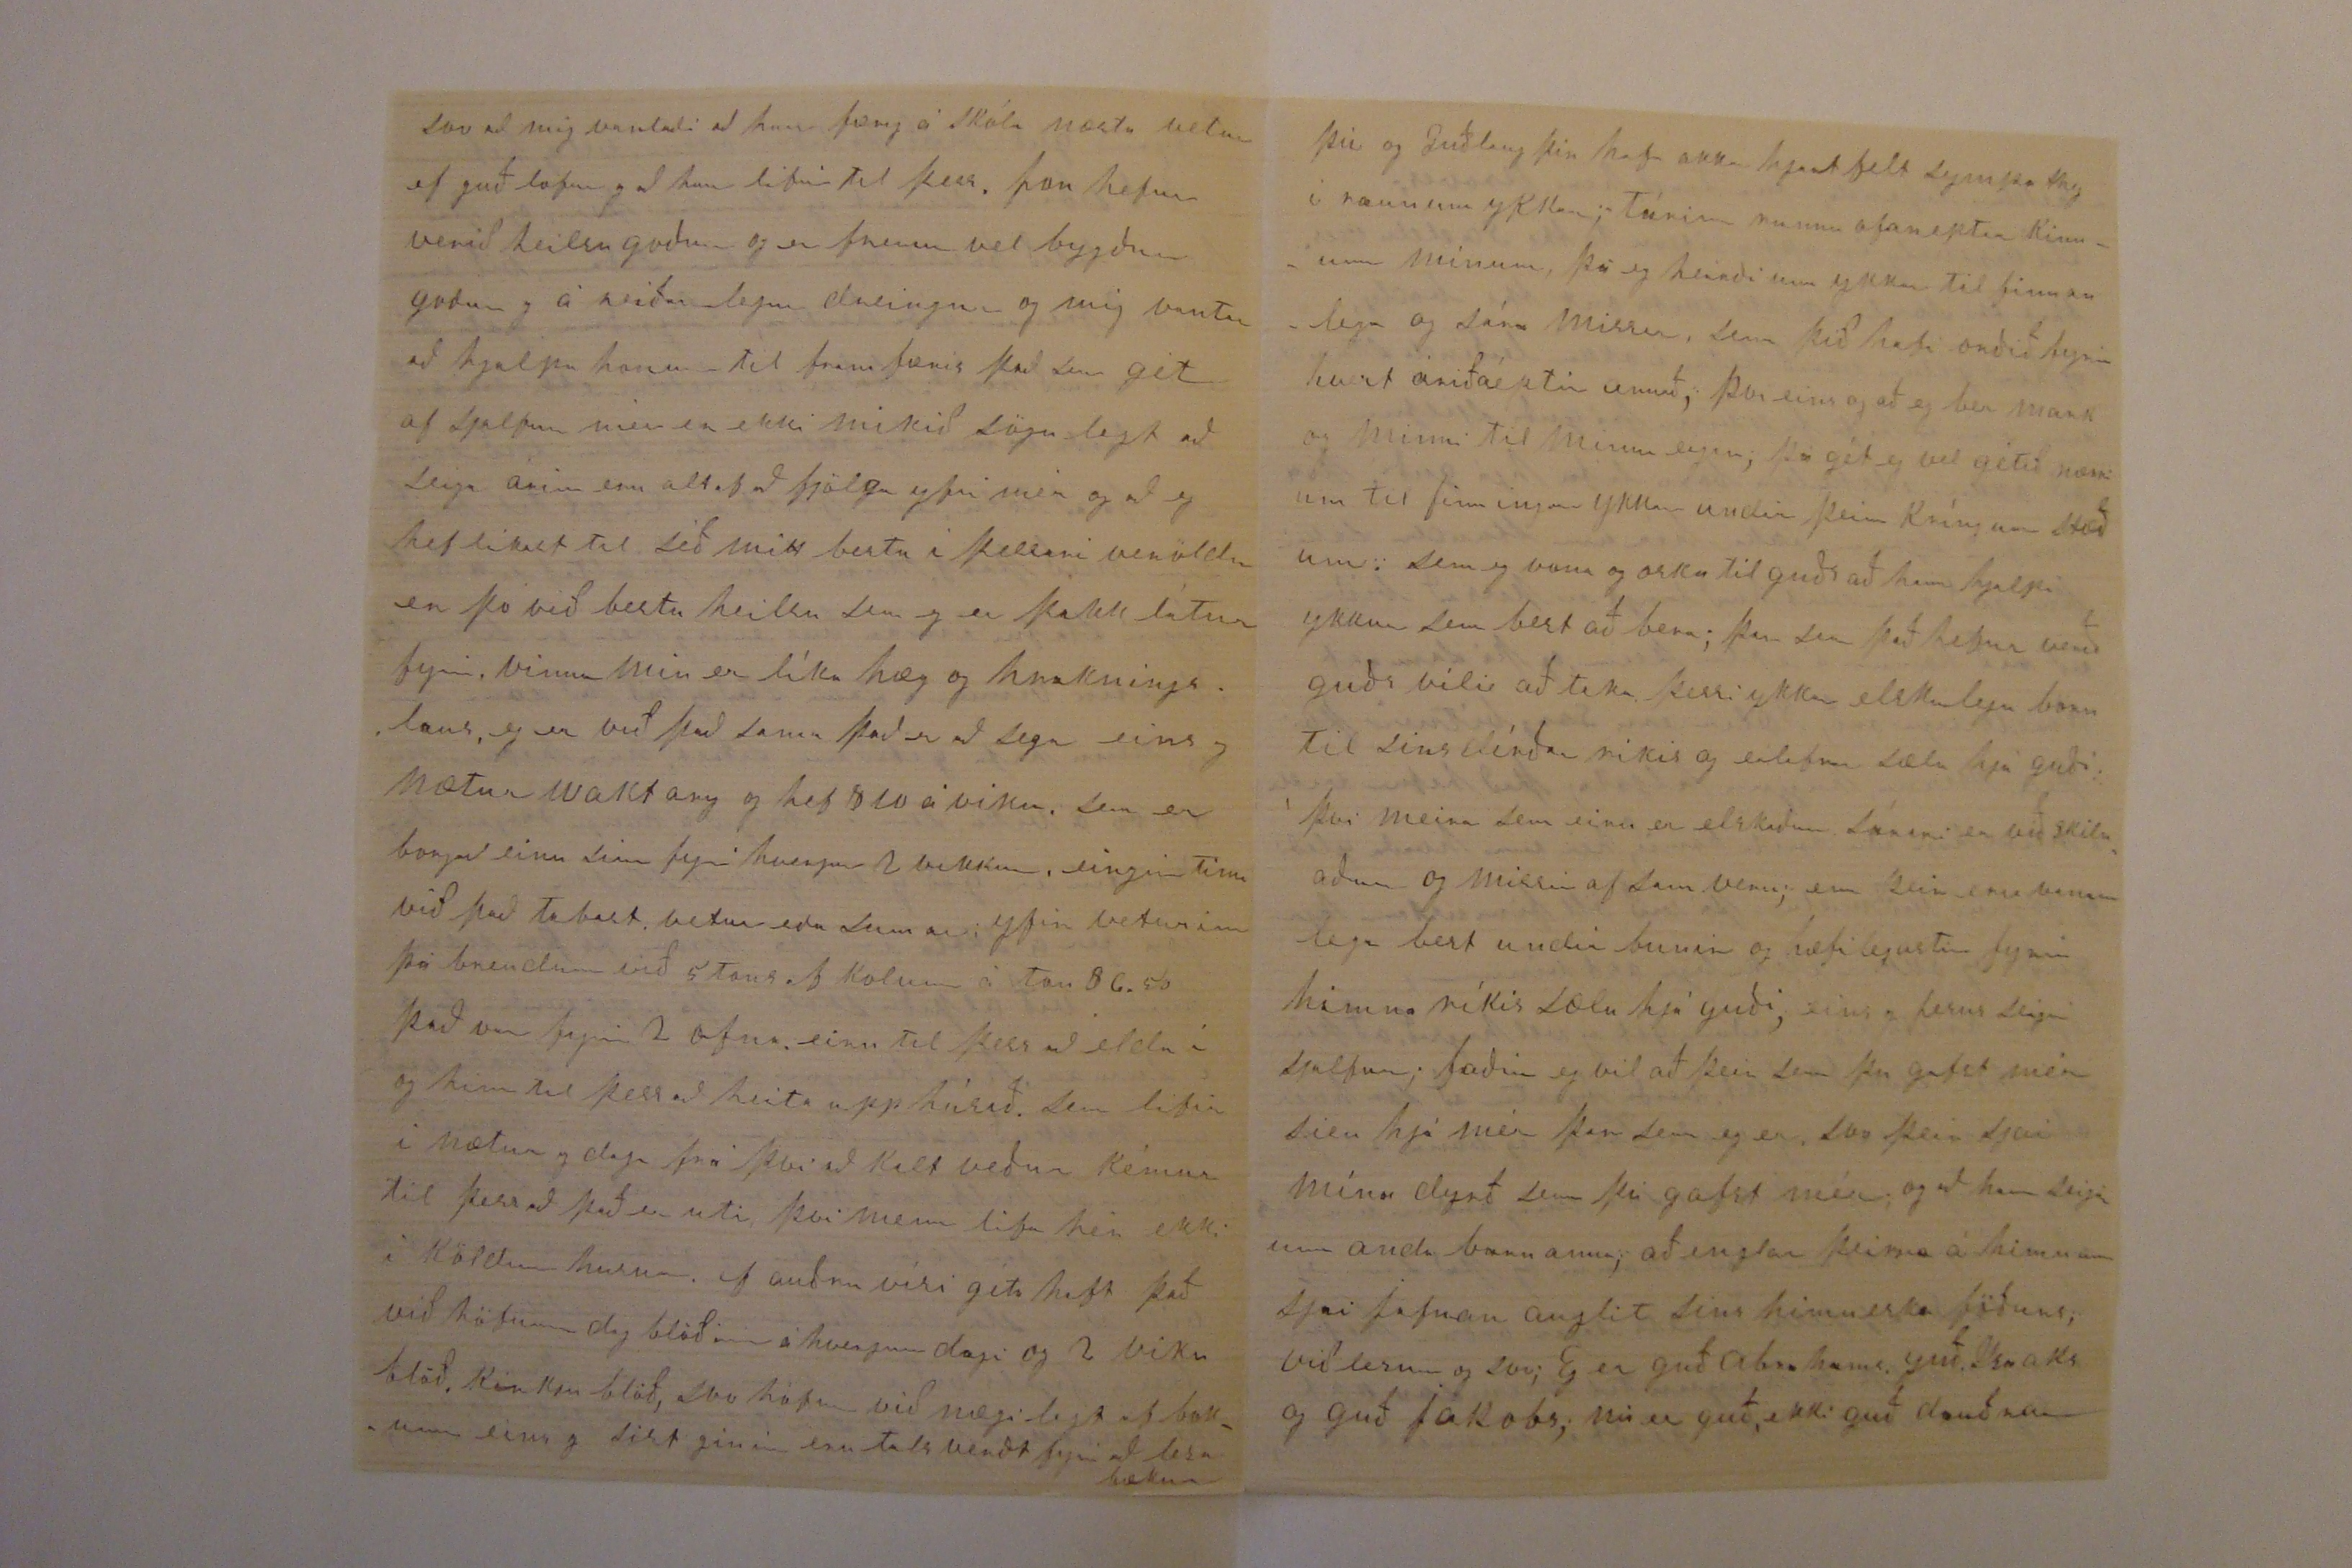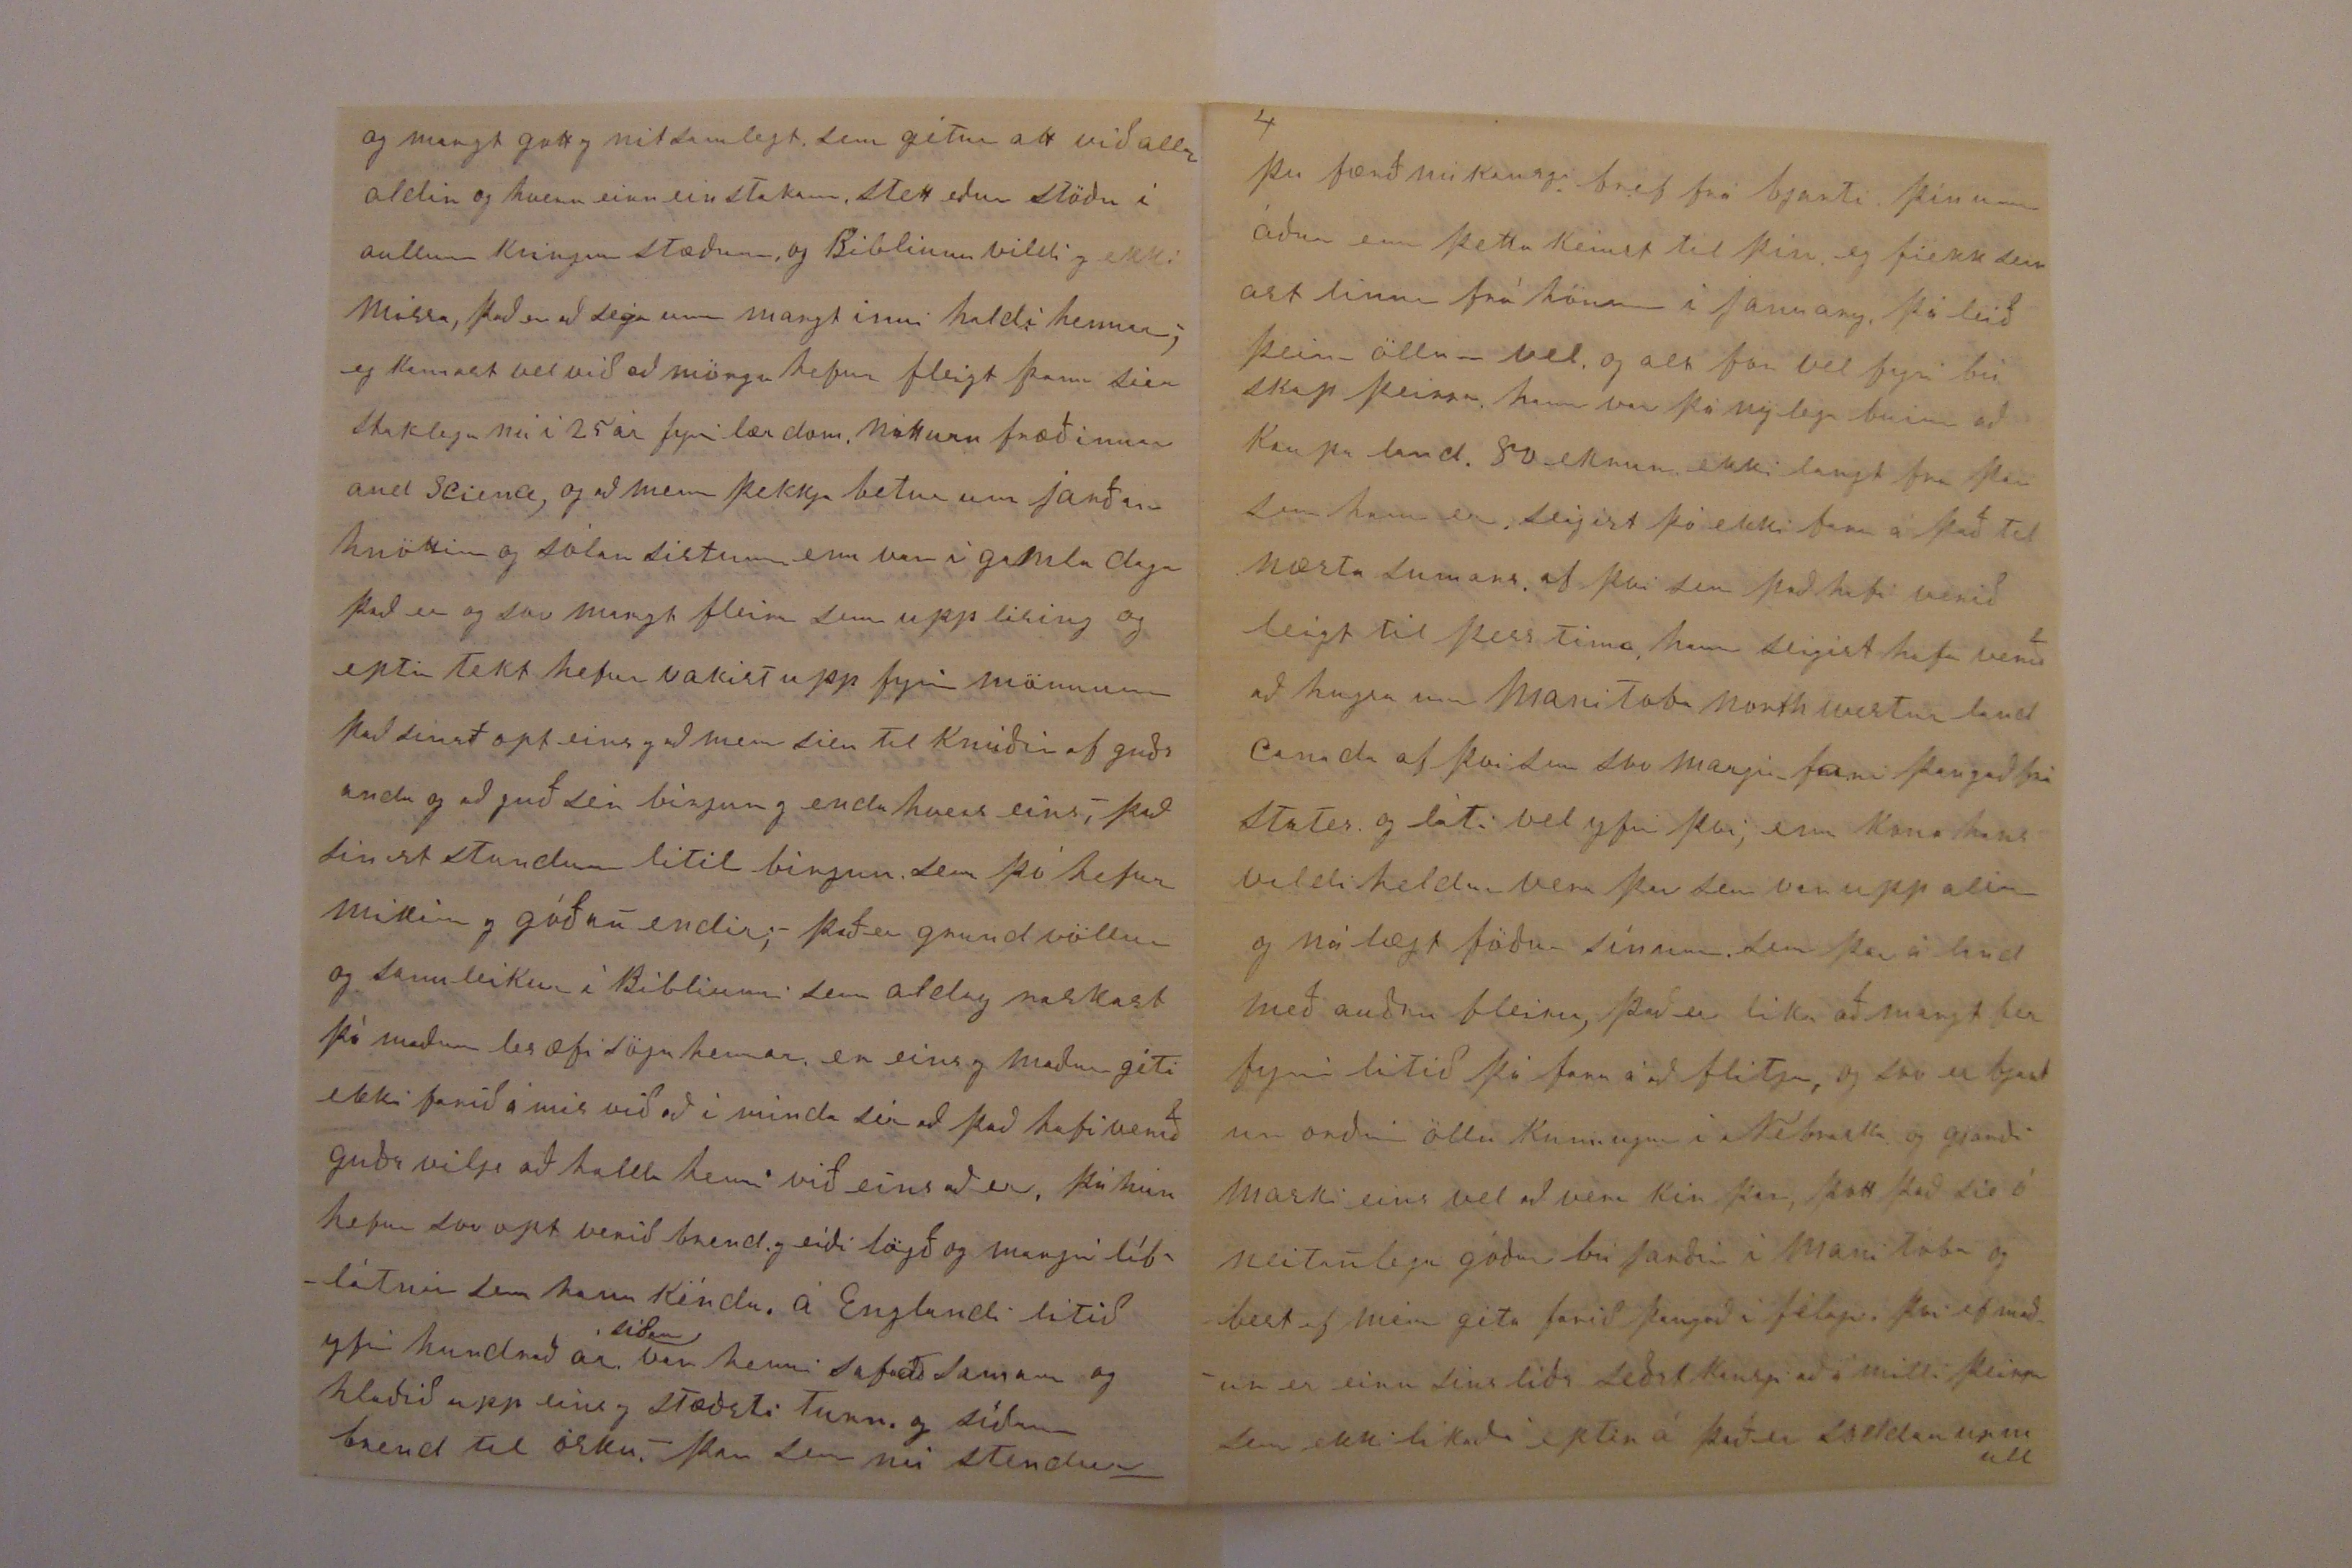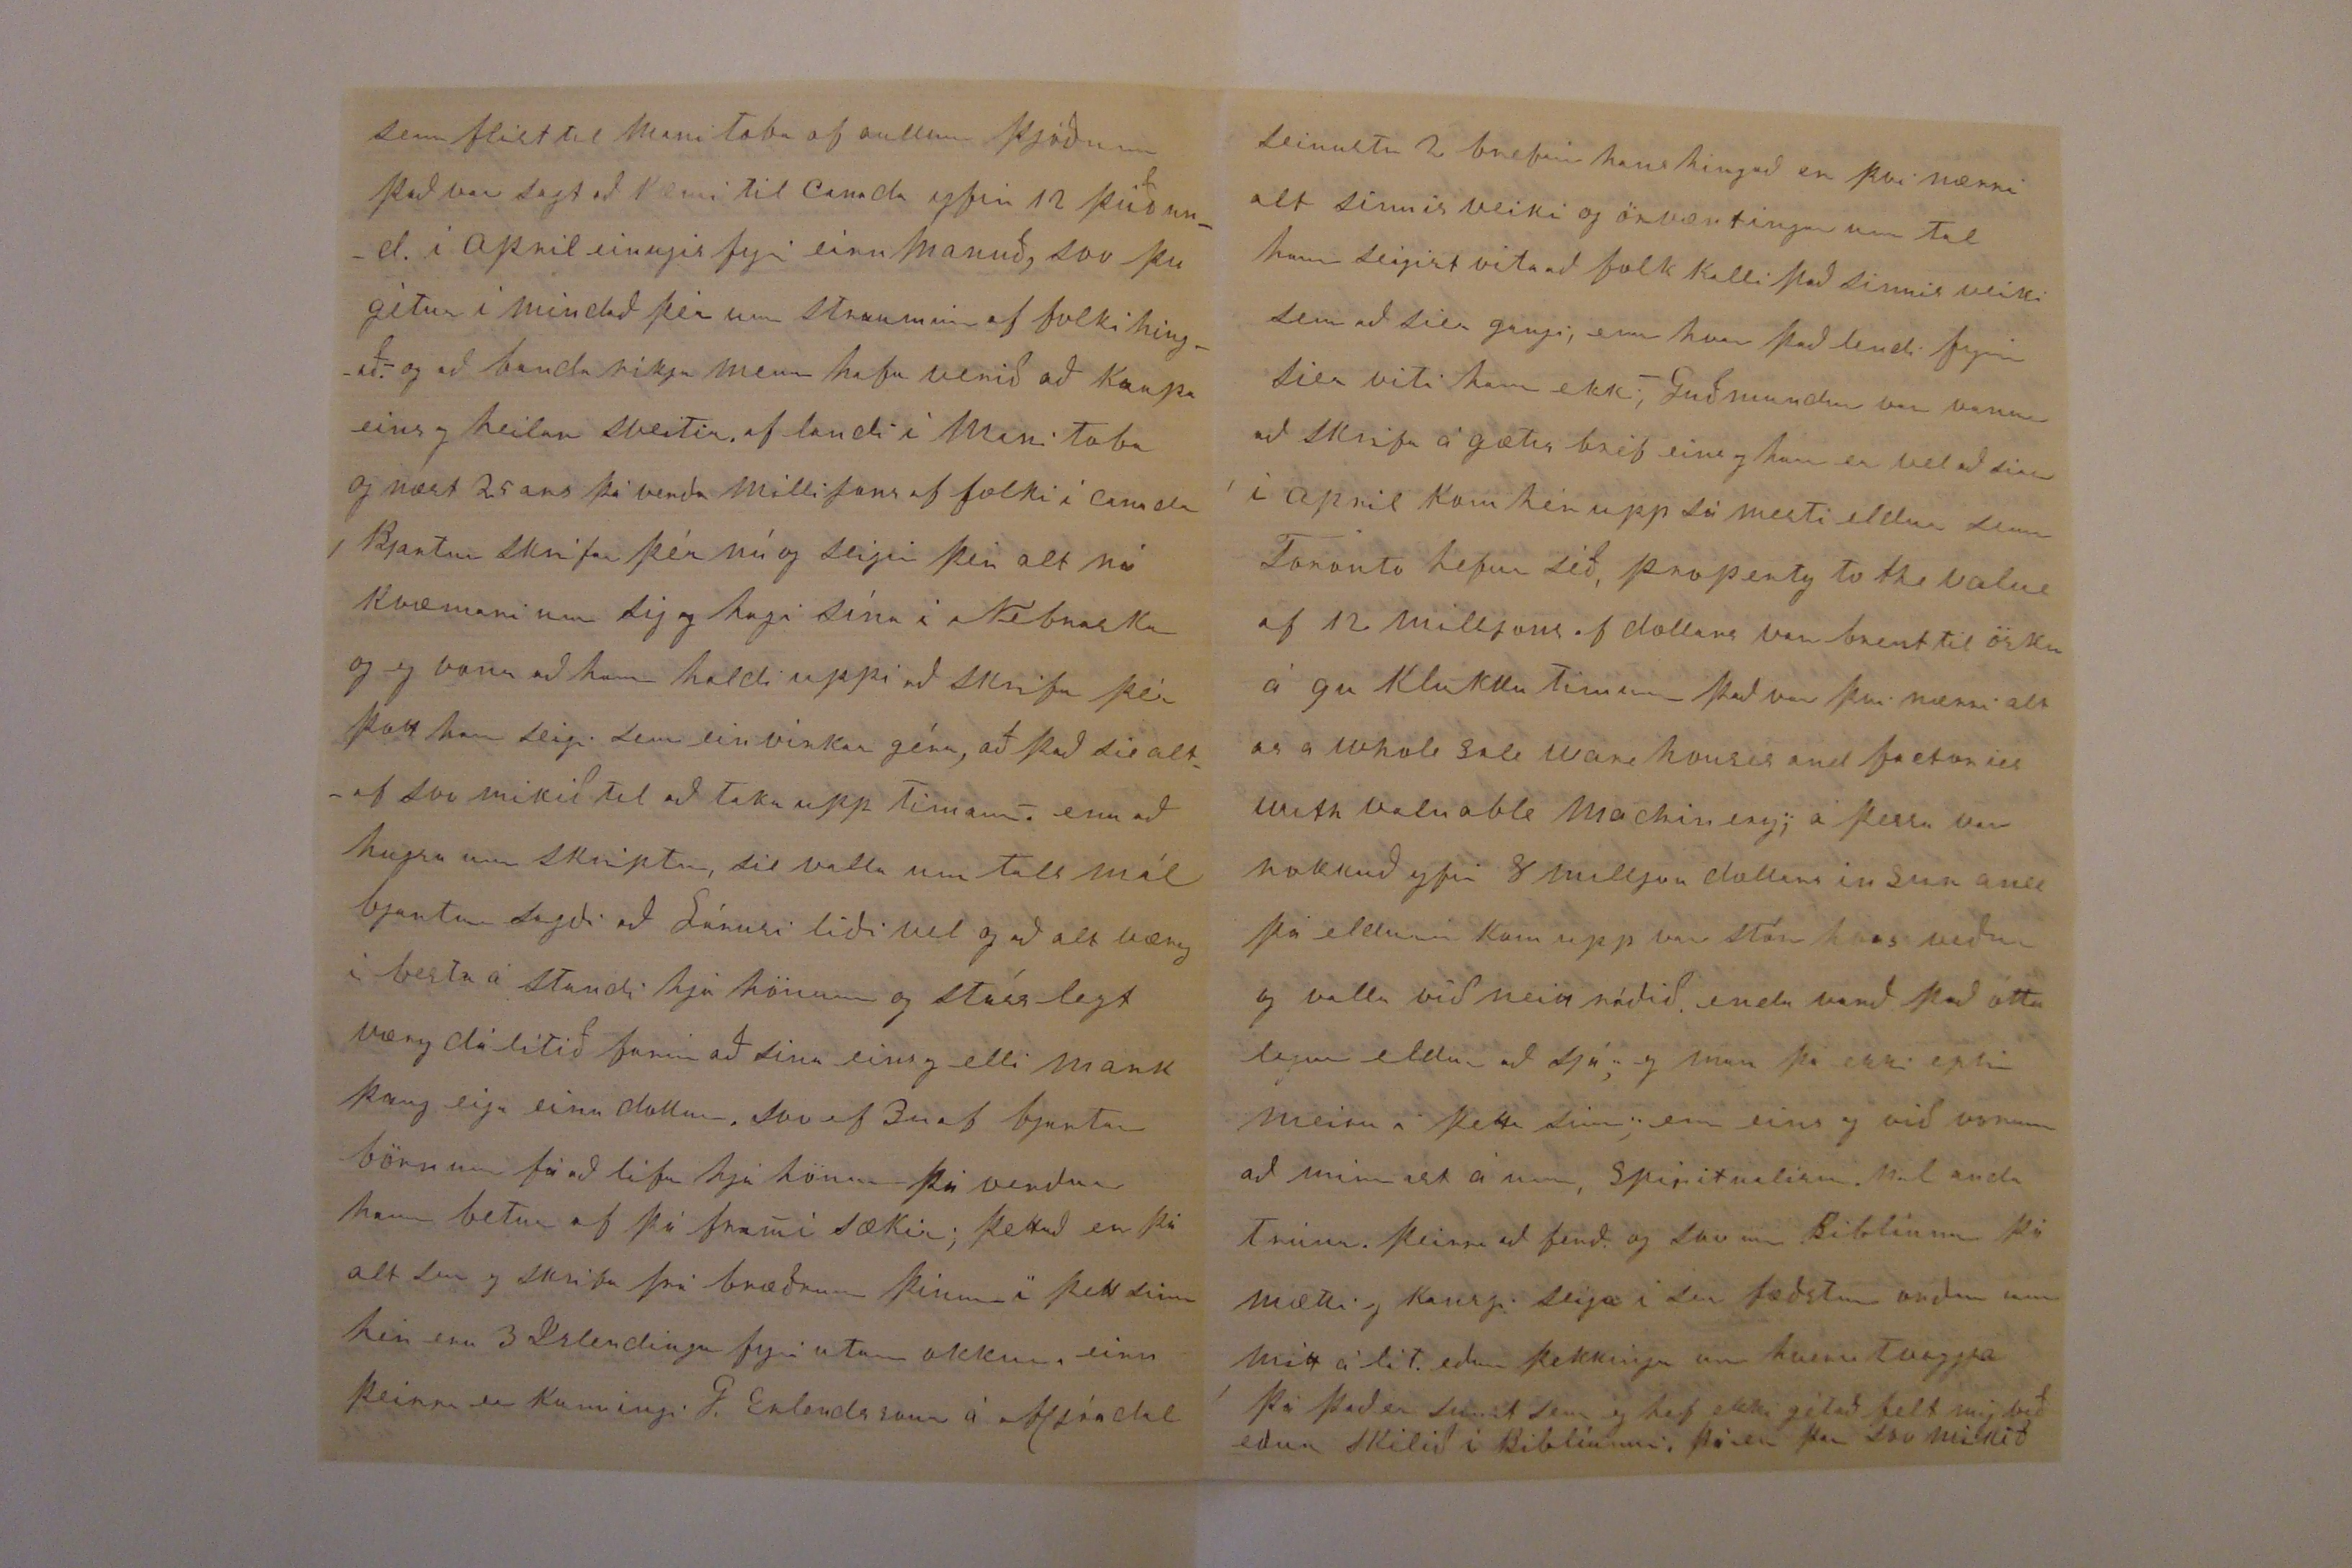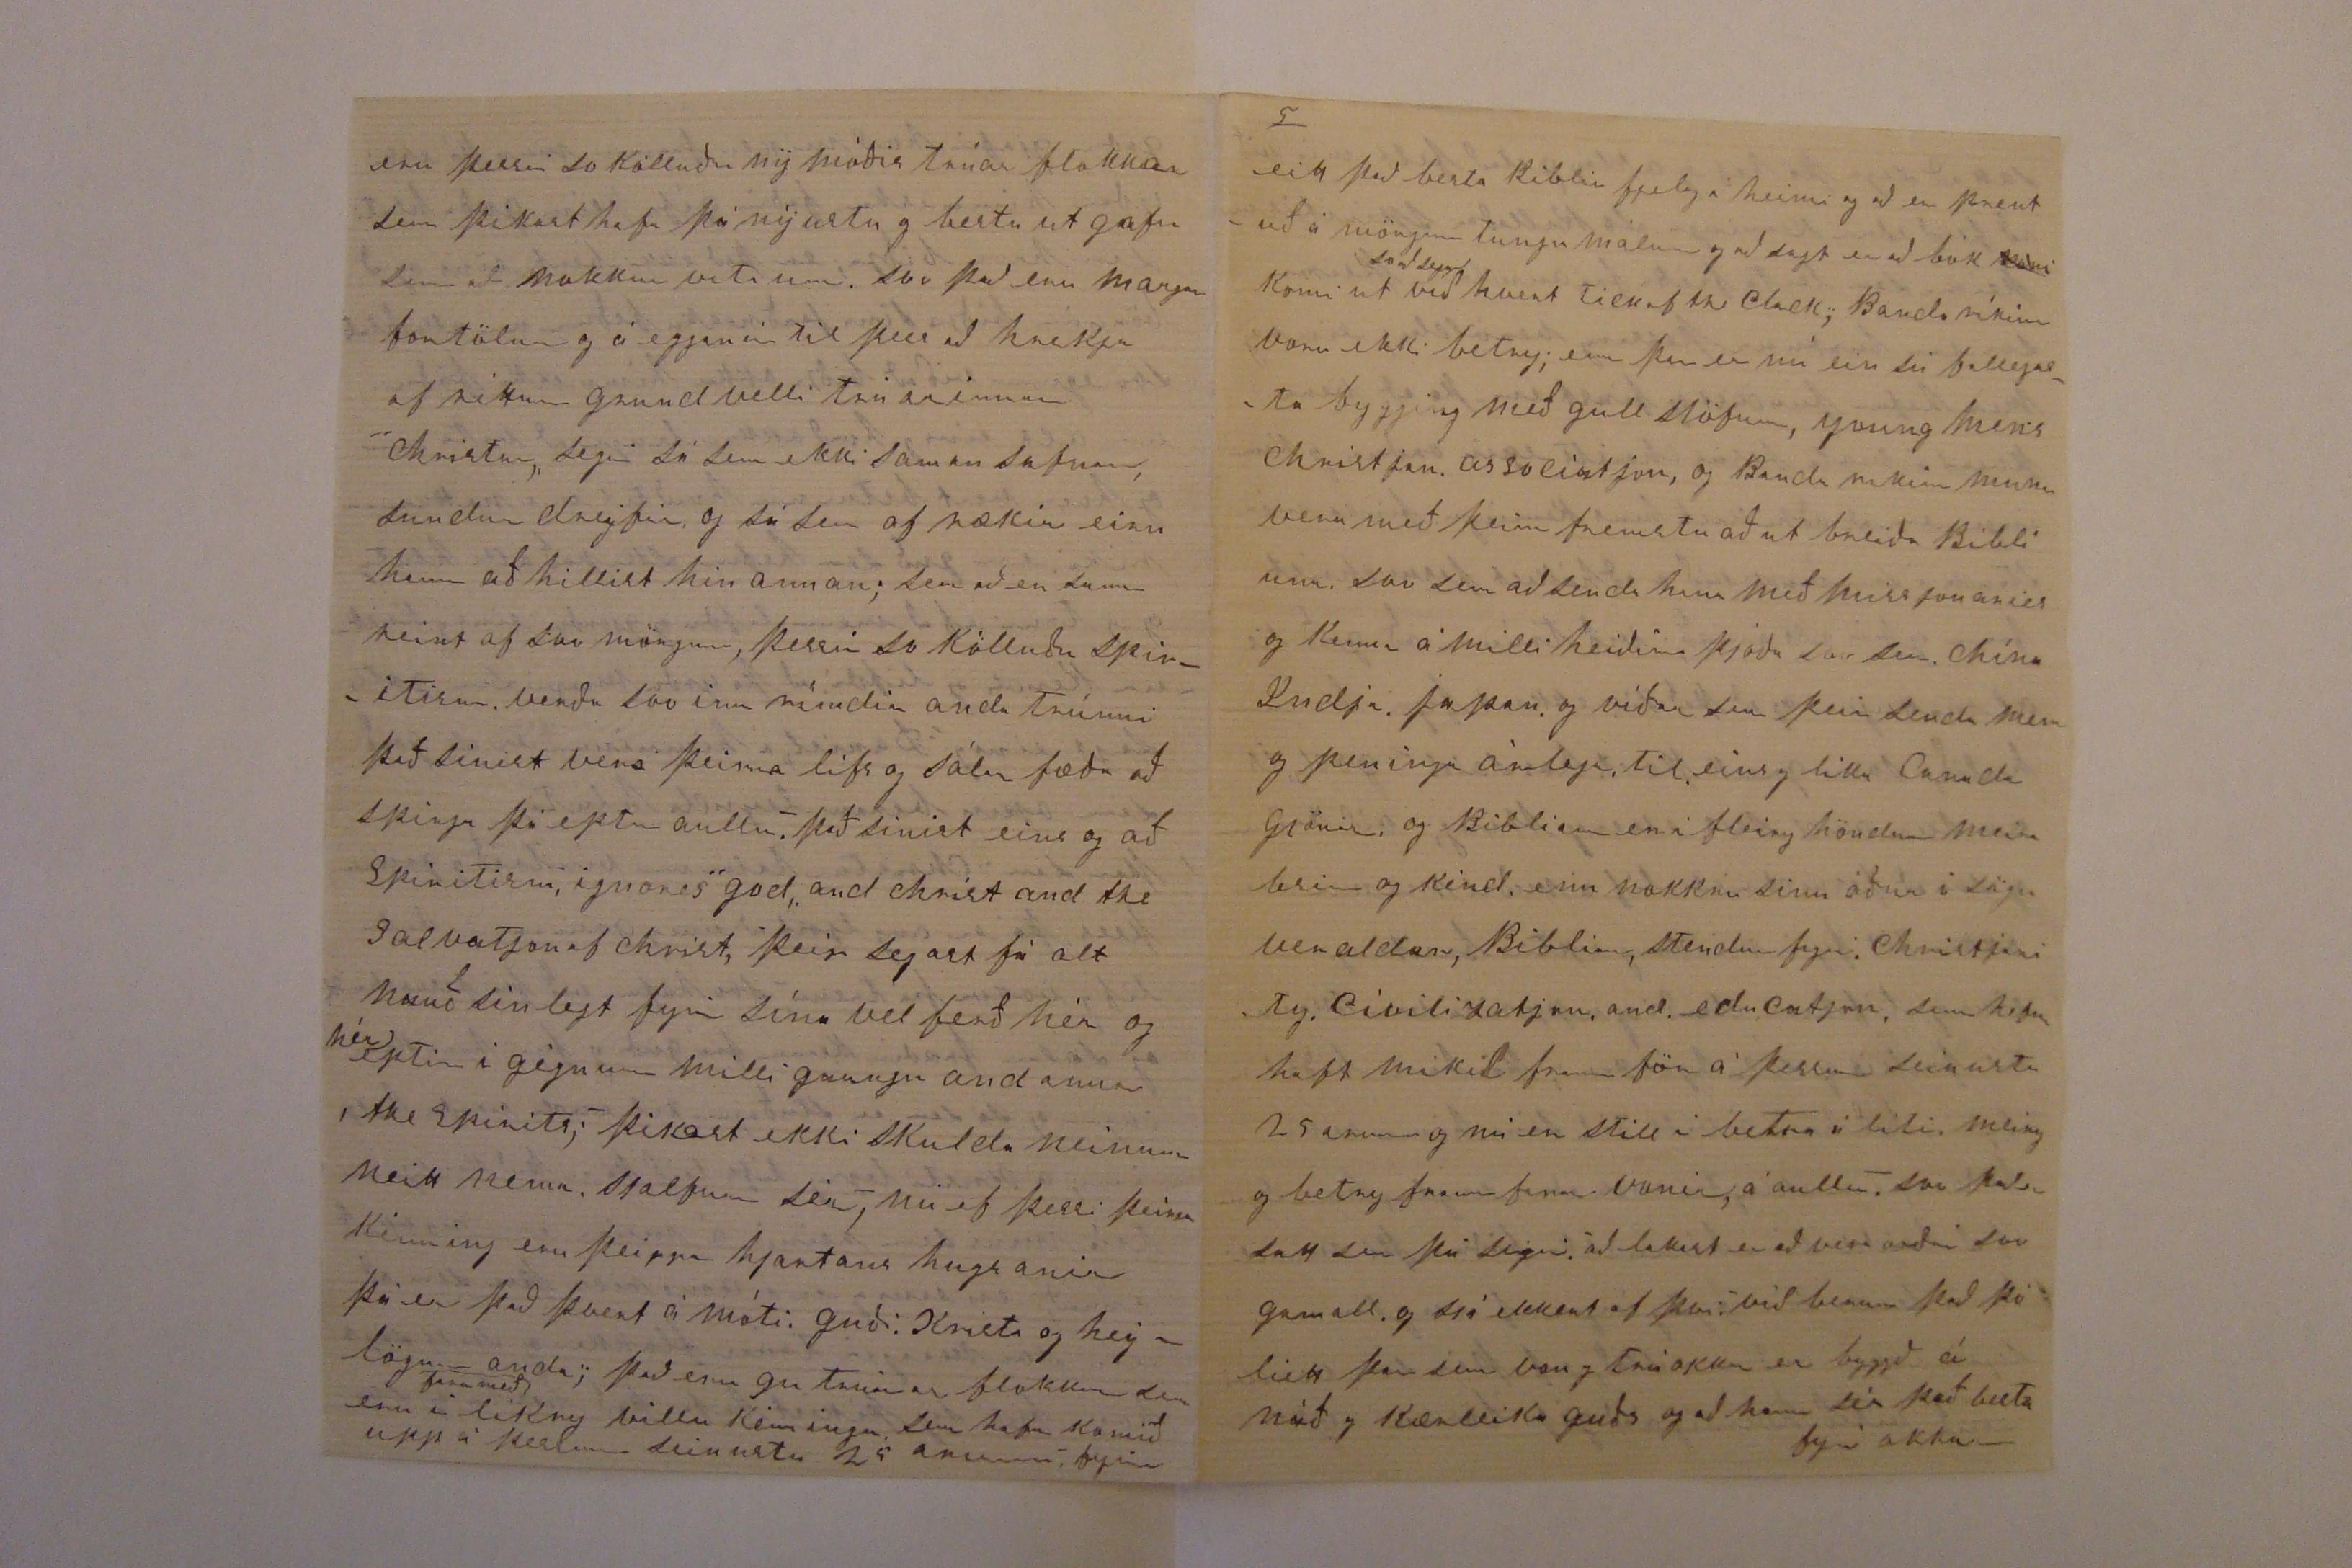

góðar gjafir hvað miklu framar mun þá ekki yðar himneskur faðir géfa þeim goða hluti sem hann biðja, er það ekki bert eins og börnin biðja sína jarðnesku feður um alla hluti svo egum við að biðja okkar himneska föður um alt eins og hvað okkur langar að vita um og hver veit betur um hvað til er í natturinar ríki enn guð sem hefur skapað alla hluty og eg trui ef að menn lifðu og gjörðu eins og Kristur kendi og lifði að þá yrðu margir sem gætu sagt eins og Daniel í himninum er sá guð sem opin berar leynda hluti; þar sem Christur talar um víntréð og greinar þess, þá er augljost eins og greinarnar hafa líf og vokva frá trenu, svo höfum við frá jesus christ og sálar fræðin kemur frá guði og fyrir hans kenningar og sá sem er stuðugur til enda verður holpin; á Kristilegry lífs leið þá er það kansgi trú mans sem reinir á meira en nokkuð annað, en eins og er í americu þar sem að eru svo margir trúarflokkar og sjalf sagt hver fyrir sig þikist hafa það best og svo
eru þessir so kölluðu nýmóðis trúar flokkar sem þikast hafa þá nýjustu og bestu utgafu sem að nokkur viti um svo það eru margar fortölur og áegganir til þess að hrekja af réttum grundvelli trúarinnar Christur segir sá sem ekki saman safnar sundur dreyfir og sá sem af rækir einn hann að hillist hin annan; sem að er
suma
reint af svo mörgum, þessir so kölluðu spiritism verða svo inn
rímdir
anda trúnni það sínist vera þeirra lífs og sálarfæða að spirja þá eptir aullu það sínis eins og að Spiritism, ignors god and christ and the salvatjon of christ, þeir segast fá alt nauðsinlegt fyrir sína vel ferð hér og
hér
eptir í gégnum milli gaungu andanna, the spirits, þikast ekki skulda neinum neitt nema sjalfum sér, nú ef þessi þeirra kénning eru þeirra hjartans hugsanir þá er það þvert á móti guði Kristi og heylögum anda, það eru 9u trúar flokkar sem er í
fara með
líkry villu kénningu sem hafa komið upp á þessum seinustu 25 arum, fyrir
fyrir autan þetta aður talda, þá sínist vera growing crop af hvað þeir kalla higher Critics, með auðru fleiru sem alt sínist vera trúr sjonarvottur af því sem Kristur sagði að mundi koma með fögrum orðum í suðaklæðum og afvega leiddi ef gæti skéð ut valda það er að sega þeir reina hvað þeir géta við hverja sem eru, enn guð síndi elsku sína til mananna í aullu sem hann gjörði og talaði eins og elskulegur faðir til barna sinna seigir frá og varar við því illa sem afvegaleiðir frá því rétta og sanna, eg hefi stundum hugsað að unga folkið á íslandi væry að sumu leiti betur af enn það er hér og nú þá fram farirnar eru svo miklar járnbrautar lestar fara bráðum að fljúa fram og aptur hjá ykkur eptir því sem sögur sega hér og ef þið fáið nítt loptslag og gott vður þá eru bjartar vonir fyrir gamla Island enn þá, og væry eg einhleipur maður, væry ekki ómogulegt að eg sæi Island, enn eins
og það er þá mun eg helst vilja bera beininn þar sem börninn eru, þú minnist á í brefi þínu að eg mætti kansgi halda að trú þín væry auðru vísi en þá eg þekti til; enn eg veit að þú hefur sagt það eins og að gamni þar sem eg þekki þig svo vel verk þín og fram gangur ykkar Guðlaugar tala fyrir ykkur, sína og sanna að trú ykkar, traust og athvarf er til guðs fram yfir og upp af aullu auðru, eg man altaf svo vel og með hlýum anda til veru minnar í Olafsdal sem valla er að furða, því eg lærði meira fyrir þann stutta tíma sem eg var hjá þér enn í 10 ar aður svo það er ekki að undra þott eg hafi opt hugsað til þín og hugsað af fram yfir aðra menn sem hefi kinst og þess vegna vildi eg síðst hafa sagt hvergi í auðrum bréfum nie heldur þessu það sem þér mætti mislíka eður hrygga eins og eg ber sára með aumkvun með ykkur Guðlaugu eptir ykkar miklu og sáru viðskilnaðar stundir við börn ykkar
Sigríður biður nú mikið vel að skila kærri kveðju til þín og Guðlaugar eins og börninn eg bið og svo að skila bestu kveðju til Guðlaugar eg kveð þig í anda og oska að græðarin allra meina græði huggi og hjalppi ykkur eins og að hann veit best, af hjarta þin El
B. Halfdanson
June 21 - 1904
1 1/2 Montrose ave, Toronto ont Canada
Elskulegi Torfi!
Af alúð þakka eg þér fyrir þitt elskulega til skrif in January 104. sem eg fékk með bestu skilum í Febr; og að það fékk fljótary ferð, enn bréfið sem eg sendi til þín í may 103 sem að var því nærri tabað, var svo leingi á ferðinni, þótt að tímin sie hjá liðin þá til þess að seiga þér æfi sögu þess héðann þá eg sendi þitt bref sendi eg annað til Kristínar enn inaní því voru $ 20 sem Sigríður sendi til sistur sinnar, eg postaði bæði brefin á aðal posthúsinu og sendi eins og Registered, letter eru gjörð, sem eg vanalega gjori heim til Islands, Kristín fékk sitt bréf eptir mánaðar ferð hun skrifaði aptur og eg sie post mark á því 5 July 103 á Isafirði í Edinburgh 13 enn í Toronto 23 July, það er það fljótasta sem eg hef séð bréf koma að heimann, þar sem ferðirnar
eru orðnar svo margar og goðar þá má það til að vera einhver fljótfærni yfir sjon þá bréf eru svo leingi á ferðinni sem þitt var og að eg herði upp hugann með að skrifa þér í þeirri von að það komist til þín, þott það verði nu samt eingin borgun fyrir þitt fróðlega og mér vel komið bréf frá þer seinast, eins og firri því þu trúir valla hvað mér og okkur þikir vænt um að fá svo miklar fréttir að heiman sem þú æfinlega getur um, enn aðrir géra ekki þott skrifi, það er nú lakast að bréfið mitt verður líkast til mest hvað Benedikt Oddson kallar Canadaniskann anda, nefnl að seiga mest af sjálfum sér og weðrinu; enn það er þá vanalega næst manni að heira af vinum sínum og hvernin þeim líður, svo hefur weðráttu farið opt og tíðum talsverðt til að gjöra við líf og kjör mannana, og þá þú sagðir mér um mið sumar weðrið sem þið höfðu heima næstliðið sumar, þá lá við að kæmi kulda hrollur í mig hér; hvað mindi hafa verið ef eg hefði verið heima, eg er hræddur um að eg stæði það illa nú
það er vonandi að þið hafi feingið bærilegann vetur eptir svo slæmt sumar og mig furðar mikið að heira um allar framfarirnar þar sem eru svo miklir erðviðleikar með margt og peninga skortur í landinu, hvernin því er öllu komið á fram og haldið við, er furðuverk, eg vona með þér að búskapurinn
heima
fari batnandi, eins og að það var far sælast og af fara bestur lífs vegur heima þá vel gekk, eg man þá eg for til sjó róðra þá var stundum eins og maður kæmi heim lítið ríkari enn þá fór; það kom fljótt og for stundum fljott aptur Jeg sie í blöðunum að folkið er alltaf að streima hingað westur úr aullum áttum og að Canada north westur landið er að taka við þeim by þúsunds, og fjöldi koma yfir frjá bandaríkum það er eins og Canada sie nú eitt það besta land til þess að lifa í þessari weröldu, og þo að við höfðum hér eirn þann kaldasta vetur næst liðin, sem Canada hefur sieð nú í mörg ár með frost og snjó komur snjorin varð fra 3 til 8 feta djupur á sléttu
og víða sem járnbrautar lestar á samt flutninga ekki komast til fyrir mánuð og sum staðar leingur, þeir sem vinna við skóar vinnu á veturnar, að höggva við, urðu og svo að hætta því sjorinn var of djúpur til þess að koma við hestum og þó að brautir væru gérðar þá fauk og snjóaði í það aptur og aptur hér voru stundum reglulegir Islands snjó kafalds biljir svo eg vona að það hafi sparað ykkur nokkra af kulda veðrinu eins og að þið höfðu það næst liðið sumar þá við vorum í sól skini og sumar hita stóra Canada gétur betur borið að fá sumt af þessum köldu hretum enn auminga Island og þeir sem þar lifa. það má þó sega við þetta veður hér að það er slæmur vindur sem aungvum blæs í hag, það var fjoldi sem fjekk atvinnu við að moka snjó svo sem brautir í bæunum eins og fyrir jarnbrautar fielögin ut um alt land því víða foru járn brautar lestar gégnum gaung af 8 til 10 feta djúpum snjó, þeir hafa þó
pláss
sem að
plæga gégnum 5 til 6 feta djupar snjó fannir with the force of the mighty loco motives veturinn kom um Jólin og var stöðugt til um miðann af March, það varð þó fremur kalt til enda af Apríl, það fara góðar sögur um utlit hjá bændum, þetta sumar því nærri allstaðar, í fáum stöðum sem að ísinn lá of leingi eður eins og kæfði hveiti crapp enn þeir géta bætt það upp með ein hverju auðru eins og að hér koma nægilegir hitar eptir kaldann vetur yfir höfuð þá sínist allt á framförum í Canada og with þenann straum af folki sem hingað kémur árlega þá verður hér eirn hvern tíma milljons af folki samann komið, og Electrik járn brautir fram og aptur í staðin fyirr steam með mörgu fleiru, því altaf sínist eitthvað nytt koma upp með nýrri kinslóð, og okkar börn munu sja margt sem við höfum ekki sieð og þó að við höfum séð talsverða breitingu eins og margt var á eptir tímanum þar sem eg olst upp
þar sem var eingin klukka og langir dagar ef ekki sá sólina og ekkert til að fara eptir nema sulturinn, tomur magi, ekkert til að brenna nema sel lísi og það með storum skamti stundum sem einr af nábúum kallaði
vetran
lífið sitt, einginn eldspíta var til og ef eldur dó ut þá varð að leita til þeirra sem höfðu betra lag með að láta hann lifa, og leira var þessu líkt sem þér er kunnugt, svo Island hefur tekið stórmiklum framförum á minna enn mans aldry. ykkur hefur fleikt fram því nærri eins og Japan þeir höfðu ekki a single battle ship in 1895, fyrir 25 arum þá var ekki ein míla af jarnbraut in Japan nú hafa þeir over 3.000 miles and 1.500 miles af telegraph lines, þeir hafa alla hluti til þess að byggia jarnbrautir, except locomotives, þeir hafa sína egin menn til þess að bygga Járn brautir og vinna að því nú nætur og daga þott stríðið standi yfir milli Russja sem þið viti alt um fyrir laungu Japans hafa kola námu og er tekið upp árlega 1.000.000 tons, eða geta feingið
um 2.000 tons per a day fyrir 25 arum þá feingu þeir einugis 300 tons a day þeir hafa plenty af jarni og svo gold, silver, capper lead og tin það er sagt að sie um 2,3 milljons in hapitance in japan, flest alt heiðið. það er að seiga veit ekki um guð eður hans sáluhjalp, það er saga af þeim að Roman Katolskir prestar og nunnur fóru þangað og fjölgaði til þess að það voru fleiri þúsund af Katolskum þar, enn Japanees feingu hugmind um eða fréttu að Róme ætlaði að taka japan fyrir sína eign, enn þeim varð svo illa við það að þeir toku sig til og drápu alla Roman Katolska trúar hvern einasta og eptir það var eingum Kristiboðurum leipt þar að koma til in 1859 it was
upnit
for Christjanity 0 civilizasjon, nú eru þar um 23 mismunandi trúarflokkar og þeir halda að þar verði betra fyrir Kristindom að afstöðnu stríðinu enn nokkru sinni aður, Japanees hafa á alþíðu skóla eitt barn af 9 á skóla aldri þá Russja hafa eitt af 40 á skola aldry, þriðie partur af Russjans er sagt hverki geti lesið eður skrifað
það var united states og great britain sem first biriuðu að koma siðferði christjanity og fram förum á við japanese svo þeir hafa þeirra sympathy; eins og nú stendur á svo hefur Canada eins og þeir hafa sent menn og peninga þangað til þess að hjalpa á fram með christindominn. Russja þikist ekki geta borið mikið traust uppa china það sínist eins og france og great britain vilja frið þá eða komi sættir á Japanese eru að berjast fyrir love of their country, eru hræðdir um ef aðrar þjóðir fá of mikið tangarhald á því að meigi taba þá fram í sækir, svo að þeir munu gera alt sem geta til þess að frelsa land sitt sem þikir svo vænt um; Japanese eru litlir wegsti, stuttir og digrir, Russja storir vel bygðir og láta talsverdt yfir sér a boastful and a
ba
brave man, seldom walk under the
same
hat, þetta er nú líkast til alt auðru vísi enn að þú hefur það svo eg hætti þá þessu og sní mér að auðru nær mér sem þú vilt heldur heira um nefnilega af okkur hér í Toronto
fyrir guðs nað þá líður okkur vel og hefur liðið síðann seinast eg skrifaði þér, og það hefur lítið breist fyrir okkur síðan, við erum öll við fremur góða heilsu, Sigríður gæti þó ekki unnið harðt það er nú heldur ekki mikið um harða vinnu hjá okkur, þar sem við erum svo fá að tölu, enn flest er keipt til búið sem með þarf, hún hefur þó altaf eitthvað fyrir stafni innan hús eins og hér er siður til Kristín vinnur í sama stað og við það sama sem eg mun hafa gétið um síðast, hun hefur nú $ 7.50 á viku, sem er borgað á hverju Laugardagi Kristín er góð og vel greind stúlka Jón fer á skola enn þá verður þó því nærri búinn við alþíðu skólan þá upp verður sagt í sumar hvað leingur hann fer á skóla verður nokkuð undir hönum sjálfum komið honum er hálfpart farið að leiðast við skólann hefur þó farsælar gafur og gétur vel lærdt þá vill eður stundar það, enn vill heldur vera free og frjáls við uti vinnu, menn þurfa að vera hér nokkuð vel að sér til þess að géta tekið það sem vel borgar sig eður fyrir höfn,
svo að mig vantaði að hann færy á skóla næsta vetur ef guð lofar og að hann lifir til þess Jon hefur verið heilsugoður og er fremur vel bygður goður og á reiðanlegur dreingur og mig vantar að hjalpa honum til framfæris það sem gét af sjalfum mér er ekki mikið sögulegt að seiga árin eru altaf að fjölga yfir mér og að eg hef líkast til séð mitt besta í þessari veröldu er þó við bestu heilsu sem eg er þakklátur fyrir, vinna mín er líka hæg og hraknings laus, eg er við það sama það er að sega eins og nætur waktary og hef $ 10 á viku sem er borgað einu sinn fyrir hverjar 2 vikkur, eingin tími við það tabast vetur eða sumar yfir veturinn þá brendum við 5 tons af kolum á ton $ 6.50 það var fyrir 2 ofna eirn til þess að elda í og hinn til þess að heita upp húsið sem lifir í nætur og daga frá því að kalt veður kémur til þess að það er uti, því menn lifa hér ekki í köldum husum ef auðruvísi géta haft það við höfum dagblöðinn á hverjum dagi og 2 viku blöð kirkju blöð, svo höfum við nægiæegt af bokum eins og sistginin eru talsverdt fyrir að lesa bækur
þú og Guðlaug þín hafa okkar hjartfelt sympathy í raunum ykkar, tárinn runnu ofaneptir kinnum mínum þá eg heirði um ykkar tilfinnanlega og sára missir, sem þið hafi orðið fyrir hvert árið á eptir annað, því eins og að eg ber mark og minni til minna eigin, þá gét eg vel gétið nærri um til finningar ykkar undir þeim kríngum stæðum sem eg vona og oska til guðs að hann hjalpi ykkur sem best að bera; þar sem það hefur verið guðs vilie að taka þessi ykkar elskulegu börn til síns dírðar ríkis og eilifrar sælu hjá guði því meira sem eirn er elskaður sárari er við skilnaður og missir af samveru; enn þeir eru vananlega best undir bunir og hæfilegastir fyrir himnaríkis sælu hjá guði, eins og Jesus seigir sjalfur, faðir eg vil að þeir sem þu gafst mér sieu hjá mér þar sem eg er, svo þeir sjai mína dyrð sem þú gafst mér og að han seigir um anda barnanna, að englar þeirra á himnum sjai jafnan auglit síns himneska föðurs, við lesum og svo; Eg er guð abrahams guð Isaaks og guð jakobs; nú er guð ekki guð dauðra
heldur lifenda,
one
Lord, here proves, decisively, in oppositjon to the
saddneees
that the soul exists with out the body, og hvað gétur verið betra í okkar leiðinda stundum, enn að hafa fullvissu frá guði sjálfum að okkur elskulegu börn lifa hjá guði þott horfin sjonum okkar hér um stundar sakir því guð eirn veit hvað langt er þess að bíða að við komum á eptir þeim og þá sannast Krists eigin orð, sælir eru sorgbitnir því þeir munu huggun hljóta, það hefur valla í neins huga eður hjarta komið, hér um hvaða gleði og fögnuð við mætum þá við öll finnustum hja guði og okkar elskulegu astvinum,
eptir Krists eigin orðum, gét eg vel hugsað að þeir sem hér elskuðt best verða fyrstir að sja hver aðra in heaven; goði Torfi eg vona að þú fyrirgéfir mér þott sie svo margorður um
þettað
eg hugsa opt um það ó komna og það sem eg hefi lærdt af Jesus christs eigin orðum hefur verið hjalp og huggun til mín svo opt að eg get ekki að því gérdt að minnast þess,
þú færð nú kansgi bréf frá bjarti þínum áður enn þettað kémt til þín eg fiekk seinast línur frá hönum í january, þá leið þeim öllum vel, og alt fór vel fyrir búskap þeirra hann var þá nýlega buinn að kaupa land 80 ekrur ekki langt fra þar sem hann er seigist þó ekki fara á það til næsta sumars af því sem það hafi verið leigt til þess tíma hann seigist hafa verið að hugsa um manitoba north westur land Canada af því sem svo margir fari þangað frá states og láti vel yfir því, enn kona hans vildi heldur vera þar sem var upp alin og nálægt föður sínum sem þar á land með auðru fleiru, það er líka að margt fer fyrir lítið þá fara á að flitja, og svo er bjartur orðin öllu kunnugur í Nebraska og gjörði maski eins vel að vera kir þar, þott það sie óneitanlega góðar bú jarðir í manitóba og best ef menn géta farið þangað í félagi því ef maður er einn síns líðs seðst kansgi að á milli þeirra sem ekki líkað á eptir á það er soddan urmull
sem flist til manitoba af aullum þjóðum það var sagt að kæmi til Canada yfir 12
þúðand
í apríl einugis fyrir einn manuð, svo þu gétur í mindað þér um strauminn af folki hingað og að bandaríkja menn hafa verið að kaupa eins og heilar sveitir af landi í manitoba og næst 25 ars þa verða millijons af folki í Canada Bjartur skrifar þér nú og seigir þér alt ná kvæmari um sig og hagi sína í Nebraska og eg vona að hann haldi uppi að skrifa þér þott hann seigi sem einvirkar géra, að það sie altaf svo mikið til að taka upp tímann enn að hugsa um skriptir, sie valla um tals mál bjartur sagði að Lárusi liði vel og að alt væry í besta á standi hjá hönum og stásslegt væry dálítið farin að sína eins og elli mark þaug eiga eina dottur, svo ef 3ju af bjartar börnum fá að lifa hjá hönum þá verður hann betur af þá fram í sækir; þettað er þá alt sem eg skrifa frá bræðrum þínum í þett sinn hér eru 3 Islendingar fyrir utan okkur, einn þeirra er kunningi G. Erlendssonar á Mjóadal
seinustu 2 brefin hans hingað er því nærri alt sinnisveiki og örvæntingar umtal hann seigist vita að folk kalli það sinnisveiki sem að sier gangi, enn hvar það lendi fyrir sier viti hann ekki, Guðmundur var vanur að skrifa ágætis bréf eins og hann er vel að
sier
í apríl kom hér upp sá mesti eldur sem Toronto hefur séð, property to the value of 12 milljons of dollars var brent til ösku á 9u klukku tímum það var því nærri alt as a whole sale ware houses and factories with valuable machinery; á þessu var nokkuð yfir 8 milljon dollars insurance þá eldurin kom upp var stor hvass veður og valla við neitt ráðið enda varð það óttalegur eldur að sjá, eg man þá ekki eptir meiru í þetta sinn, enn eins og við vorum að minnast á um Spiritualism n.l anda trúna þeirra að ferð og svo um Biblíuna þá mætti eg kansgi seiga í sem fæðstum orðum um mitt álit eður þekkingu um hveru tveggja þá það er sumt sem eg hef ekki gétað felt mig við eður skilið í Biblíunni þá er þar svo mikið
og margt gott og nitsamlegt sem gétur att við allar aldir og hvern einn einstakann, stett eður stöðu í aullum skingum stæðum og Bibliuna vildi eg ekki missa, það er að seiga um margt inni haldi hennar; eg kannast vel við að mörgu hefur fleigt fram sier staklega nú í 25 ár fyrir lærdom nátturufræðinnar and Scienc, og að menn þekkja betur um jarðar hnöttinn og
sólarsistem
enn var í gamla daga það er og svo margt fleira sem upplísing og eptir tekt hefur vakist upp fyrir mönnum það sínst opt eins og að menn sieu til knúðir af guðs anda og að guð sér birjun og enda hvers eins, það sínist stundum lítil birjun sem þó hefur mikinn og góðan endir; það er grundvöllur og sannleikur í Biblíunni sem aldrey raskast þá maður les æfi sögu hennar en eins og maður géti ekki farið á mis við að í minda sér að það hafi verið guðs vilji að halda henni við eins og að er þá hún hefur svo opt verið brend og eiði lögð og margir líflátnir ssem hann kéndu, á Englandi lítið yfir hundrað ár
síðan
var henni safnað saman og hlaðið upp eins og stæðsti turn og síðann brend til ösku. þar sem nú stendur
eitt það besta Biblíu fjelag í heimi og að er prentuð á mörgum tungumálum og að sagt er að bók
komi
komi ut
so að segja
við hvert tick of the clock, Bandaríkin voru ekki betry; enn þar er nú ein sú fallegasta bygging með gull stöfum, young mens christjan associatjon, og Bandaríkin munu vera með þeim fremstu að ut breiða Biblíuna svo sem að senda hana með missjonaries og kemur á milli heiðina þjóða svo sem china Indja. japapan. og víðar sem þeir senda men og peninga árlega til eins og litla Canada gjörir og Biblían er í fleiry höndum meira lesin og kénd enn nokkru sinn áður í sögu veraldar, Biblían, stendur fyrir christjanity civilizatjon and education, sem hefur haft mikil framför á þessum seinustu 25 arum og nú er still í betra á liti meiry og betry framfara vonir, á aullu. svo það er satt sem þú seigir að lakast er að vera orðin svo gamall og sjá ekkert af því við berum það þó liett þar sem von og trú okkar er byggð á náð og kærleika guðs og að hann sér það besta fyrir okkur
satt að sega þá hef eg aldrey getað felt mig við að ferð eður kenningu so kallaðan spiritism þeirra sem leita frétta frá aundum þeirra sem eru burtu ur þessary veröldu; eins og mér hefur fundist og finst enn þa að vera þvert á móti Jesus Christs egin orðum og kenningu enn að aðhillast hans kenningu finst mér standa í sambandi við a aðhillast Jesus Christ fram yfir alt annað, við trúum að guð sie almattugur og að það sie ekkert fyrir honum hulið, some greek poet has said god is un seen and sees every thing, við trúum og svo að Jesus christs líf á meðal manna var okkur til fyrir mindar og eptir breitingar eins og líf hans, dauði og upprisa var manni til frelsis og sálu hjálpar, þá hann baðst fyrir bað hann ávalt til síns himneska föðurs, enn aldrey til anda eður engla, hann segir ef að beiddi sinn himneska föður þá mindi hann senda sér fyllgingar af englum segir ekki í auðrum stað, ef þér sem vondir eruð vitið hvernig á að géfa börnum ykkar